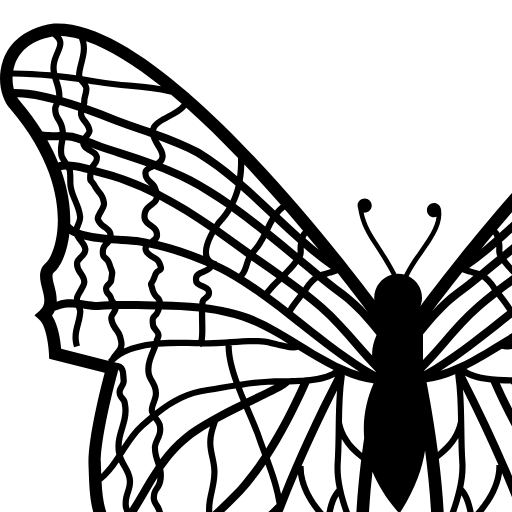
<?xml version="1.0" encoding="iso-8859-1"?>
<!-- Uploaded to: SVG Repo, www.svgrepo.com, Generator: SVG Repo Mixer Tools -->
<!DOCTYPE svg PUBLIC "-//W3C//DTD SVG 1.1//EN" "http://www.w3.org/Graphics/SVG/1.1/DTD/svg11.dtd">
<svg fill="#000000" version="1.1" id="Capa_1" xmlns="http://www.w3.org/2000/svg" xmlns:xlink="http://www.w3.org/1999/xlink"
	 width="800px" height="800px" viewBox="0 0 32 32" xml:space="preserve">
<g>
	<path d="M31.878,2.375c-0.163-0.464-0.643-1.271-2.031-1.469c-1.526-0.085-3.46,1.114-5.38,2.778
		c-0.011,0.004-0.022,0.007-0.033,0.011l0.005,0.015c-3.306,2.872-6.562,7.109-7.623,8.535c0.04-0.104,0.065-0.218,0.065-0.337
		c0-0.377-0.219-0.7-0.536-0.856c0.142-0.303,0.358-0.611,0.572-0.914c0.4-0.569,0.809-1.156,0.726-1.717
		c0-0.005,0.003-0.01,0.003-0.015c0-0.018-0.007-0.032-0.01-0.048c-0.001-0.001,0-0.002-0.001-0.003l0,0
		C17.609,8.222,17.5,8.121,17.36,8.121c-0.155,0-0.283,0.127-0.283,0.284c0,0.157,0.128,0.284,0.283,0.284
		c0.035,0,0.069-0.009,0.102-0.021c-0.044,0.425-0.36,0.881-0.698,1.359c-0.221,0.314-0.446,0.635-0.596,0.957
		c-0.078-0.021-0.158-0.035-0.244-0.035c-0.021,0-0.041,0.005-0.061,0.006c-0.273-0.51-0.508-0.873-0.705-1.179
		c-0.305-0.471-0.506-0.784-0.614-1.279c0.015,0.002,0.026,0.008,0.042,0.008c0.156,0,0.284-0.127,0.284-0.284
		c0-0.156-0.128-0.284-0.284-0.284c-0.156,0-0.284,0.128-0.284,0.284c0,0.037,0.009,0.072,0.021,0.104
		c0.103,0.657,0.334,1.02,0.679,1.553c0.188,0.291,0.411,0.636,0.667,1.11c-0.402,0.112-0.701,0.479-0.701,0.918
		c0,0.033,0.008,0.065,0.011,0.098c-1.233-1.639-4.302-5.552-7.415-8.257l0.006-0.014C7.557,3.729,7.544,3.727,7.535,3.722
		c-1.92-1.664-3.854-2.863-5.381-2.778C0.764,1.144,0.287,1.95,0.123,2.414c-0.271,0.771-0.056,1.575,0.284,1.94
		C2.226,6.488,2.374,8.28,2.298,9.158C2.23,9.949,1.962,10.411,1.841,10.51c-0.348,0.291-0.238,0.706-0.152,1.04
		c0.104,0.395,0.153,0.648-0.103,0.875l-0.208,0.186l0.207,0.187c0.255,0.229,0.362,1.015,0.375,1.359l0.006,0.188l2.221,0.564
		C4.002,15.61,3.503,17.61,3.54,18.6l0.006,0.161c0.037,1.096,0.069,2.042,0.768,2.783c0.402,0.429,0.386,1.124,0.371,1.683
		c-0.006,0.252-0.012,0.47,0.021,0.644l0.551,2.861c0.009,0.025,0.899,2.557-0.013,3.886l-0.045,0.063v0.077
		c0,0.233,0.164,0.341,0.314,0.341c0.159,0,0.322-0.107,0.594-0.286c0.381-0.252,0.957-0.632,1.504-0.632
		c0.129,0,0.252,0.021,0.367,0.062l0.057,0.021l0.061-0.008c0.369-0.047,0.53-0.141,0.66-0.214c0.107-0.062,0.166-0.096,0.371-0.096
		c0.277,0,0.741,0.07,1.461,0.223l0.16,0.033l0.094-0.133c0.098-0.137,0.336-0.165,0.52-0.165c0.504,0,1.098,0.211,1.104,0.213
		l0.311,0.111l0.022-0.328c0.001-0.013,0.035-0.462,0.161-1.122l0.018-0.015c-0.004-0.004-0.009-0.008-0.012-0.013
		c0.232-1.206,0.77-3.098,1.965-4.344l0.1-0.104l-0.041-0.134c-0.387-1.344-0.3-3.426-0.091-5.296
		c0.224,0.54,0.568,1.103,1.078,1.671c0.608-0.917,0.907-1.765,1.026-2.52c0.271,2.051,0.451,4.563,0.008,6.104l-0.039,0.138
		l0.099,0.104c1.196,1.246,1.733,3.138,1.967,4.344c-0.004,0.004-0.009,0.009-0.013,0.013l0.019,0.015
		c0.125,0.66,0.16,1.109,0.16,1.121l0.022,0.329l0.312-0.11c0.006-0.002,0.599-0.215,1.103-0.215c0.185,0,0.423,0.029,0.521,0.166
		l0.094,0.133l0.16-0.033c0.719-0.151,1.184-0.222,1.461-0.222c0.205,0,0.264,0.032,0.37,0.094c0.13,0.075,0.292,0.168,0.661,0.214
		l0.06,0.008l0.057-0.021c0.115-0.042,0.239-0.063,0.368-0.063c0.547,0,1.123,0.38,1.504,0.632c0.271,0.179,0.435,0.286,0.593,0.286
		c0.151-0.001,0.315-0.106,0.315-0.341v-0.077l-0.044-0.063c-0.913-1.33-0.022-3.86-0.013-3.887l0.55-2.859
		c0.033-0.175,0.028-0.393,0.021-0.645c-0.015-0.559-0.03-1.254,0.372-1.683c0.697-0.742,0.73-1.688,0.769-2.784l0.006-0.16
		c0.035-0.99-0.465-2.99-0.648-3.69l2.221-0.565l0.007-0.188c0.012-0.345,0.119-1.131,0.375-1.359l0.207-0.188l-0.209-0.185
		c-0.257-0.227-0.207-0.48-0.104-0.876c0.088-0.333,0.197-0.749-0.15-1.039c-0.12-0.1-0.391-0.562-0.456-1.354
		c-0.076-0.877,0.07-2.669,1.891-4.805C31.934,3.949,32.148,3.146,31.878,2.375z M12.03,13.678c-0.91-0.563-1.851-1.145-2.897-1.35
		c-0.31-0.072-0.613-0.122-0.914-0.16c0.003-0.024,0.005-0.052,0.009-0.072c0.005-0.019,0.031-0.04,0.075-0.074
		c0.079-0.062,0.212-0.165,0.175-0.386c-0.037-0.182-0.204-0.253-0.339-0.31c-0.063-0.026-0.141-0.06-0.166-0.091
		c-0.032-0.145,0.015-0.17,0.196-0.244c0.112-0.046,0.254-0.105,0.36-0.229c0.169,0.079,0.335,0.161,0.495,0.247
		c1.066,0.595,2.033,1.361,2.967,2.103c0.76,0.603,1.541,1.221,2.386,1.757C13.555,14.616,12.782,14.143,12.03,13.678z
		 M13.667,17.562c0.173,0.304,0.432,0.582,0.779,0.841c-0.106,0.873-0.191,1.813-0.218,2.722c-0.007-0.021-0.015-0.039-0.021-0.06
		c-0.301-0.812-0.611-1.653-0.58-2.469C13.651,18.262,13.662,17.912,13.667,17.562z M13.469,19.537
		c-0.252,0.273-0.361,0.646-0.426,1.044c-0.342-0.367-0.917-1.11-0.896-1.938l-0.085-0.002c0.427-0.983,0.899-1.987,1.419-3.018
		c-0.039,0.501-0.047,1.021-0.055,1.529c-0.006,0.477-0.013,0.968-0.045,1.431C13.368,18.902,13.403,19.22,13.469,19.537z
		 M8.225,26.61c0.002,0.031,0.004,0.062,0.004,0.091c-0.083-0.075-0.165-0.143-0.243-0.203c-0.135-0.106-0.254-0.201-0.349-0.333
		c0.198-0.22,0.394-0.446,0.583-0.682C8.187,25.821,8.205,26.218,8.225,26.61z M7.514,25.928c-0.031-0.084-0.057-0.181-0.073-0.296
		c-0.017-0.097-0.002-0.216,0.011-0.333c0.02-0.167,0.039-0.34-0.019-0.483c-0.014-0.042-0.031-0.08-0.05-0.118
		c0.413-0.346,0.835-0.702,1.225-1.073c0.465-0.419,0.816-0.693,1.188-0.982c0.001-0.002,0.003-0.003,0.005-0.004
		c-0.033,0.04-0.063,0.078-0.09,0.113c-0.383,0.553-0.683,1.065-1.008,1.635C8.357,24.937,7.941,25.45,7.514,25.928z M9.643,22.444
		c-0.375,0.293-0.73,0.569-1.205,0.996c-0.377,0.362-0.787,0.708-1.188,1.045c-0.04-0.055-0.081-0.105-0.124-0.157
		c-0.118-0.145-0.23-0.279-0.268-0.447c-0.043-0.133-0.037-0.321-0.031-0.504c0.006-0.15,0.011-0.307-0.008-0.441l-0.021-0.104
		c-0.021-0.109-0.039-0.193-0.059-0.271c0.037-0.037,0.074-0.074,0.111-0.111v0.003c1.515-0.388,2.852-0.73,4.033-1.77
		c-0.052,0.137-0.104,0.274-0.152,0.411c-0.061,0.037-0.07,0.105-0.067,0.185c-0.001,0.002-0.001,0.004-0.002,0.006l-0.022-0.011
		v0.07c-0.037,0.105-0.076,0.214-0.113,0.318c-0.029,0.051-0.061,0.102-0.096,0.152C10.137,22.057,9.884,22.255,9.643,22.444z
		 M6.095,23.675c-0.053-0.092-0.108-0.171-0.165-0.241c0.191-0.229,0.393-0.45,0.602-0.666c0.006,0.033,0.014,0.069,0.021,0.109
		l0.02,0.099c0.016,0.107,0.01,0.251,0.006,0.391c-0.008,0.205-0.016,0.416,0.039,0.579c0.047,0.214,0.184,0.38,0.316,0.54
		c0.043,0.055,0.086,0.105,0.124,0.159c-0.278,0.232-0.56,0.471-0.836,0.715c-0.032-0.078-0.056-0.165-0.067-0.264
		c-0.014-0.178,0.02-0.334,0.053-0.484C6.268,24.339,6.329,24.056,6.095,23.675z M5.569,21.305
		c-0.021-0.203-0.119-0.391-0.213-0.572c-0.006-0.013-0.012-0.024-0.02-0.038c0.203-0.304,0.385-0.611,0.561-0.915
		c0.133-0.227,0.263-0.447,0.398-0.665c-0.004,0.037-0.006,0.073-0.015,0.113c-0.028,0.114-0.068,0.175-0.11,0.238
		c-0.07,0.104-0.142,0.215-0.142,0.496c0.021,0.142,0.077,0.232,0.132,0.32c0.074,0.122,0.139,0.228,0.117,0.412
		c-0.027,0.254-0.095,0.389-0.154,0.506c-0.123,0.245-0.178,0.41,0.129,0.94c0.078,0.116,0.129,0.2,0.166,0.275
		c-0.244,0.248-0.481,0.505-0.707,0.771c-0.214-0.229-0.354-0.391-0.307-0.847c0.015-0.131,0.053-0.25,0.09-0.364
		C5.562,21.776,5.628,21.569,5.569,21.305z M5.082,18.571c-0.066-0.118-0.127-0.229-0.162-0.337c0.023-0.035,0.047-0.07,0.069-0.105
		c0.236-0.366,0.481-0.745,0.791-1.021c0.118-0.104,0.233-0.205,0.349-0.3c0.004,0.005,0.007,0.01,0.01,0.014
		c0.076,0.101,0.141,0.187,0.141,0.277c0.021,0.177-0.031,0.292-0.092,0.425c-0.045,0.099-0.096,0.21-0.115,0.346
		c-0.001,0.273,0.068,0.479,0.129,0.661c0.012,0.032,0.021,0.063,0.031,0.096c-0.223,0.326-0.42,0.661-0.613,0.992
		c-0.139,0.238-0.282,0.48-0.435,0.722c-0.011-0.036-0.021-0.071-0.028-0.109c-0.02-0.215,0.027-0.36,0.078-0.515
		c0.045-0.133,0.09-0.271,0.09-0.457C5.324,19.005,5.201,18.784,5.082,18.571z M5.116,16.127c-0.005-0.113-0.069-0.195-0.121-0.263
		c-0.054-0.069-0.087-0.115-0.087-0.179c0-0.05,0.031-0.104,0.067-0.167c0.046-0.081,0.099-0.174,0.099-0.29
		c-0.007-0.066-0.01-0.117-0.014-0.166c-0.011-0.174-0.021-0.354-0.16-0.465c-0.063-0.051-0.145-0.076-0.246-0.083l-0.08-0.021
		c0.352-0.351,0.891-0.519,1.477-0.595c-0.012,0.03-0.023,0.062-0.035,0.091c-0.129,0.317-0.25,0.618-0.191,0.969
		c0.021,0.126,0.082,0.237,0.143,0.345c0.074,0.136,0.146,0.264,0.146,0.424c0,0.104-0.037,0.204-0.076,0.311
		c-0.045,0.123-0.09,0.249-0.09,0.396c0.01,0.061,0.027,0.112,0.05,0.16c-0.126,0.104-0.253,0.213-0.382,0.328
		c-0.298,0.265-0.529,0.604-0.75,0.94c0.001-0.239,0.066-0.462,0.137-0.692C5.099,16.847,5.199,16.516,5.116,16.127z M4.562,10.714
		c-0.018-0.05-0.043-0.12-0.076-0.217c-0.064-0.152-0.135-0.215-0.188-0.262c-0.055-0.048-0.073-0.064-0.055-0.225
		c0.012-0.079,0.059-0.128,0.121-0.19C4.39,9.794,4.417,9.766,4.442,9.733c0.145,0.01,0.287,0.019,0.424,0.026
		c0.298,0.018,0.555,0.033,0.718,0.063C5.628,9.832,5.673,9.841,5.717,9.85C5.705,9.881,5.696,9.917,5.696,9.956
		c0.033,0.24,0.216,0.349,0.361,0.436c0.082,0.049,0.168,0.1,0.188,0.15c0.04,0.088,0.058,0.136,0.065,0.163
		c-0.077,0.041-0.172,0.107-0.233,0.291c-0.061,0.183-0.101,0.23-0.117,0.251c-0.064,0.08-0.047,0.138-0.02,0.226
		c0.012,0.038,0.029,0.093,0.051,0.178c0.061,0.181,0.145,0.267,0.207,0.329c0.027,0.028,0.048,0.05,0.061,0.077
		c-0.025-0.001-0.051-0.002-0.077-0.002c-0.241-0.005-0.483-0.01-0.729-0.019c-0.276,0.001-0.544,0.001-0.807,0.007
		c-0.009-0.012-0.017-0.023-0.024-0.034c-0.018-0.023-0.043-0.06-0.049-0.072c-0.026-0.117-0.082-0.183-0.126-0.235
		c-0.054-0.063-0.079-0.098-0.079-0.167c0.004-0.015,0.043-0.055,0.067-0.078c0.062-0.063,0.14-0.141,0.14-0.254
		c0.01-0.088,0.02-0.147,0.027-0.188C4.623,10.891,4.617,10.869,4.562,10.714z M4.257,11.86c0.032,0.039,0.059,0.07,0.07,0.109
		c0.004,0.028,0.016,0.055,0.029,0.081c-0.154,0.006-0.307,0.015-0.459,0.026c-0.133,0-0.303-0.023-0.482-0.049
		c-0.069-0.01-0.141-0.02-0.213-0.028C3.2,11.977,3.2,11.952,3.205,11.926c0.011-0.044,0.067-0.139,0.117-0.221
		c0.09-0.151,0.175-0.294,0.175-0.422c0-0.179-0.085-0.305-0.159-0.417c-0.07-0.105-0.132-0.196-0.132-0.33
		c0-0.04,0.041-0.083,0.108-0.15c0.095-0.093,0.225-0.221,0.225-0.431C3.514,9.797,3.433,9.683,3.354,9.583
		c0.239,0.06,0.505,0.099,0.775,0.125C4.069,9.772,4.014,9.856,3.996,9.979c-0.029,0.273,0.038,0.356,0.137,0.444
		c0.043,0.038,0.083,0.073,0.121,0.163c0.03,0.092,0.056,0.162,0.074,0.214c0.039,0.11,0.039,0.11,0.029,0.172
		c-0.008,0.045-0.019,0.109-0.029,0.218c-0.004,0.027-0.045,0.066-0.068,0.09c-0.063,0.063-0.141,0.141-0.141,0.255
		C4.119,11.697,4.199,11.792,4.257,11.86z M3.127,7.985C3.057,7.816,2.99,7.656,2.955,7.48C2.937,7.388,2.937,7.281,2.937,7.168
		c0-0.12-0.001-0.243-0.021-0.371c0.193,0.026,0.393,0.076,0.578,0.127c-0.021,0.26-0.02,0.322,0.076,0.419
		C3.601,7.375,3.646,7.42,3.716,7.562C3.763,7.638,3.808,7.694,3.852,7.75c0.09,0.11,0.161,0.198,0.185,0.395
		c0,0.061-0.063,0.171-0.119,0.268C3.852,8.528,3.787,8.639,3.787,8.751l0.006,0.034C3.848,8.979,4,9.094,4.123,9.188
		c0.08,0.061,0.155,0.118,0.166,0.169c0.003,0.016,0.002,0.026,0.004,0.039C3.895,9.361,3.479,9.304,3.182,9.192
		c0.011-0.041,0.029-0.085,0.05-0.136C3.277,8.947,3.33,8.823,3.33,8.668C3.306,8.409,3.214,8.194,3.127,7.985z M2.442,6.799
		C2.505,6.785,2.57,6.778,2.64,6.778c0.01,0.019,0.023,0.037,0.03,0.055c0.018,0.11,0.018,0.225,0.018,0.335
		c0,0.126,0,0.245,0.023,0.361c0.039,0.2,0.115,0.379,0.188,0.552c0.083,0.201,0.163,0.39,0.183,0.598
		c0,0.093-0.039,0.184-0.079,0.28C2.985,9,2.97,9.041,2.955,9.083c-0.061-0.04-0.11-0.084-0.146-0.134
		C2.824,8.42,2.758,7.682,2.442,6.799z M2.371,3.208c-0.004-0.01-0.006-0.02-0.01-0.029c0.256,0.028,0.519,0.063,0.789,0.102
		c0.023,0.033,0.049,0.063,0.072,0.091c0.053,0.06,0.099,0.111,0.111,0.171c-0.004,0.09-0.022,0.163-0.043,0.24
		c-0.02,0.078-0.042,0.16-0.042,0.275c0,0.024-0.005,0.043-0.011,0.062c-0.245-0.083-0.493-0.16-0.741-0.232
		C2.498,3.877,2.5,3.864,2.5,3.851C2.5,3.595,2.432,3.389,2.371,3.208z M2.393,4.196c0.245,0.07,0.49,0.147,0.732,0.229
		c-0.008,0.054-0.012,0.114,0,0.19c0.025,0.128,0.098,0.221,0.168,0.31c0.074,0.095,0.145,0.186,0.164,0.313
		c-0.002,0.016-0.059,0.086-0.1,0.137C3.341,5.394,3.326,5.414,3.312,5.433C3.18,5.389,3.048,5.346,2.913,5.313
		C2.828,5.296,2.733,5.289,2.636,5.285C2.63,5.191,2.615,5.09,2.577,4.975C2.542,4.87,2.494,4.792,2.453,4.721
		C2.387,4.611,2.333,4.524,2.333,4.35C2.333,4.32,2.367,4.251,2.393,4.196z M8.564,10.42c-0.107-0.041-0.169-0.11-0.192-0.217
		C8.326,9.987,8.44,9.665,8.602,9.373c0.429,0.3,0.844,0.604,1.246,0.898c-0.041,0.093-0.07,0.183-0.096,0.27
		c-0.046,0.152-0.089,0.297-0.196,0.405c-0.124-0.074-0.247-0.148-0.374-0.218c-0.164-0.088-0.333-0.172-0.506-0.253l0.005-0.012
		L8.564,10.42z M7.735,11.313l0.01,0.026c0.058,0.116,0.185,0.17,0.297,0.217c0.084,0.036,0.181,0.076,0.19,0.125
		c0.011,0.067-0.009,0.086-0.083,0.145c-0.059,0.045-0.138,0.106-0.165,0.217c-0.006,0.028-0.009,0.063-0.013,0.097
		c-0.484-0.05-0.966-0.067-1.456-0.079c-0.014-0.114-0.069-0.184-0.14-0.256c-0.055-0.056-0.105-0.108-0.146-0.228
		c-0.022-0.082-0.04-0.14-0.052-0.179c-0.003-0.008-0.005-0.014-0.006-0.02c0.033-0.046,0.08-0.125,0.141-0.305
		c0.037-0.111,0.077-0.132,0.12-0.153c0.194-0.1,0.143-0.254,0.041-0.478c-0.05-0.124-0.171-0.197-0.289-0.267
		c-0.139-0.083-0.226-0.14-0.24-0.238C5.945,9.926,5.957,9.915,5.97,9.9c0.794,0.171,1.587,0.429,2.317,0.752
		c-0.06,0.047-0.135,0.078-0.212,0.109C7.893,10.837,7.643,10.938,7.735,11.313z M8.268,20.695c-0.141,0.128-0.28,0.254-0.42,0.38
		c-0.416,0.376-0.838,0.76-1.243,1.159c-0.036-0.063-0.081-0.137-0.139-0.224c-0.251-0.434-0.208-0.517-0.118-0.697
		c0.063-0.123,0.146-0.292,0.18-0.59c0.03-0.271-0.071-0.437-0.152-0.569c-0.046-0.073-0.086-0.139-0.098-0.212
		c0.002-0.186,0.044-0.25,0.103-0.338c0.047-0.071,0.104-0.16,0.146-0.318c0.045-0.198,0.035-0.366,0.003-0.521
		c0.28-0.405,0.597-0.786,1.016-1.126c0.231-0.191,0.527-0.384,0.853-0.574c-0.063,0.203-0.111,0.407-0.111,0.643
		c0,0.211,0.044,0.411,0.086,0.606c0.041,0.19,0.08,0.371,0.08,0.556c0,0.267-0.054,0.517-0.105,0.759
		C8.271,19.961,8.199,20.307,8.268,20.695z M7.337,17.387c-0.369,0.301-0.666,0.635-0.926,0.982c-0.05-0.15-0.092-0.302-0.092-0.484
		c0.014-0.083,0.053-0.169,0.094-0.261c0.066-0.146,0.143-0.312,0.113-0.543c0.001-0.159-0.1-0.293-0.189-0.411
		c-0.005-0.007-0.01-0.014-0.014-0.021c0.632-0.496,1.254-0.834,2.004-0.925c0.186-0.028,0.367-0.06,0.551-0.09
		c0.182-0.03,0.364-0.061,0.548-0.09c0.064,0.17,0.134,0.339,0.203,0.506C8.804,16.456,7.901,16.921,7.337,17.387z M6.184,15.182
		C6.132,15.088,6.083,15,6.07,14.917c-0.047-0.282,0.057-0.538,0.177-0.835c0.028-0.069,0.056-0.142,0.083-0.214
		c0.504-0.041,1.023-0.03,1.477-0.02c0.07,0.002,0.137,0.003,0.203,0.005l0.018,0.036c0.021-0.008,0.038-0.021,0.055-0.034
		c0.08,0.001,0.158,0.002,0.232,0.002c0.232,0,0.471-0.015,0.706-0.031c0.002,0.455,0.136,0.965,0.319,1.48
		c-0.168,0.026-0.336,0.055-0.502,0.082c-0.184,0.031-0.364,0.062-0.543,0.09c-0.79,0.095-1.44,0.441-2.096,0.951
		c-0.001-0.006-0.004-0.012-0.005-0.019c0.001-0.082,0.038-0.183,0.077-0.289c0.045-0.123,0.091-0.25,0.091-0.396
		C6.361,15.502,6.268,15.333,6.184,15.182z M6.33,13.125c-0.057-0.069-0.092-0.116-0.092-0.181c-0.018-0.17-0.004-0.182,0.029-0.212
		c0.07-0.062,0.145-0.144,0.205-0.349c0.501,0.012,0.991,0.028,1.484,0.079c0,0.116,0.002,0.238,0.004,0.365
		c0.006,0.24,0.014,0.614-0.021,0.775c-0.042-0.001-0.083-0.002-0.128-0.003c-0.429-0.01-0.918-0.021-1.4,0.012
		c0.002-0.004,0.002-0.009,0.004-0.013C6.53,13.369,6.414,13.225,6.33,13.125z M8.615,18.259c-0.041-0.19-0.08-0.371-0.08-0.556
		c0-0.277,0.078-0.512,0.17-0.781l0.014-0.04c0.338-0.185,0.692-0.364,1.037-0.532c0.029,0.066,0.058,0.133,0.086,0.197
		c0.13,0.303,0.254,0.588,0.349,0.843c0.087,0.262,0.188,0.531,0.289,0.803c0.001,0.004,0.003,0.007,0.005,0.011
		c-0.33,0.503-0.664,0.939-1.004,1.317c-0.313,0.331-0.648,0.651-0.988,0.966c-0.018-0.275,0.037-0.537,0.097-0.81
		c0.055-0.255,0.112-0.519,0.112-0.811C8.701,18.657,8.657,18.456,8.615,18.259z M9.68,15.507c0.354-0.052,0.707-0.095,1.049-0.113
		c0.078-0.004,0.164-0.007,0.254-0.008c-0.239,0.127-0.565,0.284-0.871,0.432c-0.083,0.04-0.17,0.082-0.257,0.124
		C9.794,15.798,9.734,15.653,9.68,15.507z M10.425,17.306c-0.1-0.264-0.225-0.552-0.355-0.857c-0.029-0.068-0.06-0.139-0.09-0.208
		c0.092-0.044,0.184-0.089,0.271-0.131c0.803-0.387,1.184-0.574,1.32-0.73c0.143-0.003,0.287-0.007,0.434-0.015
		c-0.449,0.991-0.898,1.845-1.355,2.573C10.571,17.726,10.494,17.515,10.425,17.306z M12.375,15.337
		c0.385-0.039,0.748-0.115,1.026-0.271c-0.833,1.622-1.552,3.181-2.158,4.69c-0.106-0.484-0.274-0.963-0.449-1.435
		C11.327,17.504,11.846,16.523,12.375,15.337z M11.271,15.133c-0.204,0.002-0.394,0.004-0.556,0.012
		c-0.37,0.02-0.747,0.067-1.125,0.124c-0.185-0.513-0.321-1.017-0.321-1.453H9.18c0.021-0.001,0.043-0.002,0.064-0.004
		c0.406-0.03,0.825-0.061,1.222-0.037c0.118,0,0.325,0.054,0.526,0.105c0.352,0.092,0.71,0.182,0.934,0.113
		c0.462,0.285,0.932,0.571,1.418,0.811C12.869,15.116,11.957,15.128,11.271,15.133z M11.055,13.639
		c-0.236-0.061-0.438-0.113-0.582-0.113c-0.404-0.023-0.832,0.007-1.246,0.037c-0.303,0.022-0.615,0.046-0.912,0.046
		c-0.039,0-0.082-0.001-0.123-0.002c0.029-0.178,0.027-0.436,0.02-0.785c-0.002-0.112-0.004-0.224-0.005-0.329
		c0.284,0.037,0.569,0.085,0.86,0.152c0.869,0.171,1.678,0.625,2.459,1.102C11.354,13.717,11.167,13.669,11.055,13.639z
		 M4.046,7.591C4.008,7.546,3.971,7.5,3.936,7.441C3.853,7.273,3.787,7.208,3.748,7.168c-0.015-0.028-0.014-0.103-0.01-0.177
		C3.798,7.009,3.86,7.026,3.914,7.04c0.783,0.188,1.527,0.483,2.238,0.84c-0.015,0.094-0.08,0.146-0.17,0.212
		C5.845,8.193,5.655,8.333,5.655,8.668c0,0.229,0.166,0.353,0.299,0.452c0.124,0.093,0.199,0.155,0.199,0.254
		c0.011,0.08-0.044,0.127-0.157,0.201c-0.118-0.024-0.236-0.05-0.354-0.07C5.46,9.471,5.195,9.456,4.887,9.438
		c-0.107-0.006-0.222-0.013-0.34-0.021C4.544,9.38,4.541,9.344,4.532,9.304c-0.028-0.14-0.145-0.229-0.259-0.315
		c-0.101-0.076-0.197-0.15-0.234-0.253c0.008-0.049,0.057-0.133,0.096-0.201c0.07-0.124,0.151-0.265,0.151-0.407
		C4.251,7.845,4.143,7.711,4.046,7.591z M5.946,7.396c0.016,0.015,0.03,0.029,0.044,0.044C5.354,7.142,4.688,6.893,3.992,6.725
		c-0.047-0.011-0.097-0.025-0.149-0.04c0.001,0,0.001,0,0.001-0.001c0.08-0.104,0.18-0.232,0.15-0.442
		C3.936,6.059,3.794,5.979,3.67,5.91C3.66,5.903,3.649,5.898,3.64,5.892c0.032,0.013,0.063,0.023,0.097,0.035
		c0.176,0.067,0.355,0.134,0.539,0.195c0.17,0.057,0.338,0.111,0.508,0.167c0.365,0.12,0.724,0.237,1.074,0.362
		C5.778,6.707,5.717,6.77,5.7,6.857C5.665,7.138,5.828,7.289,5.946,7.396z M5.944,6.897c0.01-0.028,0.136-0.094,0.219-0.136
		c0.469,0.175,0.925,0.365,1.369,0.597c0.522,0.275,1.031,0.598,1.529,0.946C8.983,8.429,8.898,8.552,8.799,8.671
		C8.729,8.74,8.648,8.839,8.567,8.956c-0.694-0.478-1.426-0.938-2.197-1.33c-0.016-0.052-0.035-0.108-0.06-0.168
		C6.27,7.354,6.19,7.283,6.115,7.213C5.996,7.104,5.929,7.035,5.944,6.897z M3.751,6.298c0.01,0.078-0.031,0.138-0.105,0.232
		c-0.02,0.025-0.039,0.053-0.059,0.082C3.319,6.541,3.021,6.469,2.735,6.458C2.729,6.451,2.727,6.444,2.723,6.438
		C2.66,6.346,2.596,6.253,2.58,6.188C2.547,5.994,2.574,5.846,2.604,5.689c0.005-0.026,0.009-0.054,0.014-0.081
		c0.083,0.003,0.161,0.008,0.224,0.021C2.966,5.66,3.087,5.699,3.208,5.74c0.001,0.003,0,0.006,0.001,0.01
		c0.028,0.203,0.2,0.3,0.339,0.378C3.646,6.182,3.729,6.229,3.751,6.298z M8.128,10.233c-0.586-0.24-1.201-0.439-1.822-0.588
		c0.067-0.072,0.113-0.164,0.095-0.289c0.002-0.211-0.164-0.336-0.297-0.435c-0.125-0.093-0.2-0.154-0.2-0.253
		c0-0.21,0.1-0.283,0.226-0.376c0.111-0.083,0.209-0.169,0.252-0.297C7.085,8.364,7.755,8.791,8.396,9.23
		C8.213,9.559,8.075,9.94,8.128,10.233z M9.99,10.61c0.02-0.068,0.041-0.132,0.066-0.194l0.22,0.152
		c0.261,0.18,0.522,0.363,0.785,0.55c-0.164,0.157-0.327,0.324-0.474,0.513c-0.268-0.191-0.541-0.377-0.82-0.554
		C9.891,10.935,9.942,10.771,9.99,10.61z M11.268,11.266c0.223,0.159,0.444,0.323,0.664,0.491c-0.008,0.009-0.014,0.017-0.02,0.025
		c-0.146,0.186-0.294,0.376-0.396,0.543c-0.238-0.186-0.48-0.369-0.726-0.549C10.934,11.591,11.096,11.429,11.268,11.266z
		 M11.504,11.036c0.147-0.145,0.292-0.3,0.421-0.474c0.195,0.161,0.393,0.323,0.59,0.484c-0.086,0.068-0.174,0.157-0.272,0.285
		c-0.032,0.052-0.072,0.108-0.116,0.167C11.921,11.341,11.713,11.187,11.504,11.036z M11.902,9.988
		c0.003,0.049,0.003,0.091-0.004,0.132c-0.012-0.01-0.024-0.021-0.036-0.03c-0.348-0.288-0.699-0.58-1.055-0.867
		c0.004-0.011,0.01-0.021,0.016-0.032c0.055-0.117,0.106-0.228,0.169-0.335c0.304,0.286,0.612,0.574,0.93,0.854
		C11.896,9.823,11.899,9.916,11.902,9.988z M11.655,10.339c0.026,0.021,0.053,0.043,0.078,0.065
		c-0.133,0.179-0.28,0.334-0.436,0.485c-0.28-0.199-0.561-0.396-0.838-0.588l-0.225-0.155c0.01-0.013,0.02-0.024,0.029-0.036
		c0.099-0.116,0.2-0.236,0.277-0.391c0.045-0.068,0.08-0.135,0.115-0.201C10.995,9.791,11.327,10.065,11.655,10.339z M10.326,9.596
		c-0.07,0.139-0.162,0.248-0.25,0.353c-0.016,0.018-0.03,0.036-0.045,0.054C9.625,9.706,9.206,9.398,8.772,9.096
		c0.07-0.101,0.143-0.19,0.21-0.258c0.108-0.128,0.2-0.258,0.282-0.39c0.404,0.291,0.803,0.598,1.195,0.912
		C10.421,9.438,10.378,9.517,10.326,9.596z M9.216,8.019c-0.498-0.347-1.008-0.67-1.533-0.947C7.303,6.874,6.905,6.706,6.505,6.549
		c0.053-0.052,0.092-0.113,0.104-0.188c0.07-0.207-0.059-0.42-0.184-0.627C6.397,5.689,6.37,5.643,6.345,5.596
		c0.515,0.189,1.021,0.393,1.478,0.639c0.561,0.337,1.09,0.744,1.6,1.181C9.373,7.631,9.305,7.832,9.216,8.019z M6.369,6.302
		C6.358,6.354,6.3,6.4,6.231,6.442C5.783,6.277,5.33,6.128,4.883,5.981c-0.169-0.055-0.337-0.11-0.505-0.166
		C4.196,5.755,4.022,5.689,3.85,5.625C3.754,5.589,3.659,5.554,3.561,5.52c0.07-0.086,0.145-0.182,0.145-0.297
		c-0.03-0.213-0.134-0.344-0.218-0.451C3.432,4.699,3.382,4.637,3.37,4.573C3.367,4.549,3.366,4.529,3.366,4.508
		c0.405,0.143,0.804,0.296,1.193,0.449C4.897,5.087,5.254,5.212,5.6,5.332C5.741,5.38,5.88,5.432,6.022,5.48
		c0.042,0.14,0.12,0.27,0.19,0.385C6.312,6.03,6.408,6.186,6.369,6.302z M4.644,12.594c0.042-0.064,0.091-0.141,0.103-0.23
		c0.23-0.004,0.463-0.005,0.703-0.005c0.24,0.008,0.484,0.013,0.727,0.018c0.012,0.001,0.024,0.001,0.037,0.001
		c-0.039,0.103-0.076,0.139-0.109,0.168c-0.1,0.088-0.139,0.168-0.114,0.411c-0.001,0.146,0.087,0.251,0.149,0.327
		c0.059,0.07,0.086,0.111,0.066,0.174L6.2,13.458c-0.004,0.017-0.01,0.031-0.015,0.048c-0.012,0.021-0.024,0.042-0.046,0.069
		L6.16,13.59c-0.005,0.016-0.009,0.03-0.014,0.046c-0.427,0.046-0.838,0.137-1.19,0.301c0.035-0.104,0.043-0.229-0.01-0.404
		c-0.02-0.171-0.113-0.305-0.195-0.423c-0.08-0.115-0.156-0.224-0.174-0.386C4.576,12.698,4.608,12.647,4.644,12.594z M7.184,24.865
		c0.004,0.014,0.011,0.023,0.015,0.036c0.037,0.093,0.021,0.234,0.005,0.37c-0.016,0.134-0.031,0.271-0.01,0.4
		c0.028,0.188,0.077,0.336,0.136,0.46c-0.074,0.082-0.15,0.163-0.226,0.243c-0.119-0.186-0.272-0.325-0.423-0.459
		c-0.121-0.107-0.237-0.213-0.331-0.335C6.625,25.336,6.903,25.098,7.184,24.865z M7.21,22.099c0.282-0.266,0.569-0.526,0.854-0.784
		c0.557-0.503,1.132-1.022,1.653-1.574c0.311-0.344,0.609-0.731,0.903-1.163c0.19,0.523,0.366,1.057,0.443,1.584
		C9.951,21.317,8.716,21.708,7.21,22.099z M11.332,20.41l0.013-0.001c-0.001-0.008-0.003-0.017-0.003-0.023
		c0.182-0.467,0.374-0.938,0.576-1.414c0.121,0.871,0.76,1.601,1.055,1.896l0.034-0.033c-0.011,0.084-0.021,0.169-0.03,0.253
		c-0.033,0.29-0.064,0.563-0.131,0.794c-0.207,0.688-0.299,1.333-0.396,2.018c-0.021,0.148-0.042,0.298-0.064,0.449
		c-0.063,0.37-0.102,0.72-0.125,1.059c-0.021-0.001-0.046-0.009-0.077-0.027c-0.573-0.354-1.224-2.994-1.288-3.789
		C11.033,21.198,11.179,20.805,11.332,20.41z M12.192,12.859c-0.159-0.126-0.32-0.253-0.48-0.38
		c0.094-0.158,0.251-0.359,0.395-0.544c0.008-0.01,0.016-0.019,0.022-0.028c0.205,0.16,0.407,0.325,0.604,0.496
		c0.504,0.431,0.963,0.961,1.406,1.474c0.285,0.329,0.582,0.666,0.891,0.983c-0.002,0.008-0.003,0.016-0.005,0.023
		C14.012,14.299,13.087,13.569,12.192,12.859z M14.887,14.224c-0.17-0.187-0.339-0.372-0.502-0.56
		c-0.451-0.521-0.918-1.06-1.439-1.507c-0.203-0.175-0.41-0.344-0.619-0.508c0.046-0.063,0.088-0.122,0.121-0.175
		c0.1-0.129,0.184-0.211,0.267-0.268c0.3,0.241,0.601,0.479,0.901,0.704c0.566,0.426,1.018,0.957,1.446,1.487
		C14.937,13.675,14.869,13.964,14.887,14.224z M14.714,12.487c-0.273-0.298-0.568-0.582-0.906-0.835
		c-0.249-0.188-0.5-0.384-0.75-0.584c0.014-0.004,0.027-0.007,0.041-0.011c0.112-0.027,0.25-0.063,0.414-0.125
		C14.021,11.574,14.434,12.114,14.714,12.487z M12.28,9.418c0.164,0.196,0.322,0.389,0.477,0.576
		c-0.182-0.146-0.359-0.297-0.535-0.451C12.237,9.48,12.253,9.44,12.28,9.418z M13.233,10.764c-0.068,0.021-0.133,0.037-0.193,0.052
		c-0.077,0.019-0.149,0.037-0.221,0.062c-0.238-0.194-0.477-0.39-0.711-0.585c0.051-0.12,0.047-0.223,0.043-0.316
		c-0.002-0.022-0.001-0.045-0.001-0.066C12.5,10.21,12.859,10.5,13.233,10.764z M11.396,8.379c0.25,0.288,0.492,0.571,0.725,0.849
		c-0.045,0.037-0.077,0.085-0.1,0.137c-0.285-0.256-0.564-0.517-0.84-0.775C11.242,8.518,11.312,8.448,11.396,8.379z M9.772,6.583
		c0.504,0.535,0.994,1.077,1.46,1.609c-0.09,0.074-0.167,0.15-0.233,0.226c-0.419-0.396-0.846-0.796-1.288-1.178
		C9.75,7.017,9.768,6.797,9.772,6.583z M10.803,8.675c0.001,0.002,0.002,0.003,0.004,0.005c-0.076,0.125-0.138,0.253-0.199,0.383
		c-0.389-0.31-0.783-0.612-1.185-0.9c0.091-0.187,0.159-0.375,0.21-0.563C10.03,7.95,10.419,8.315,10.803,8.675z M9.521,6.317
		c0.004,0.264-0.008,0.506-0.036,0.729c-0.477-0.4-0.973-0.774-1.503-1.092C7.44,5.661,6.844,5.429,6.246,5.215
		C6.25,5.193,6.257,5.171,6.268,5.148c0.064-0.128,0.307-0.259,0.541-0.385C7.055,4.63,7.303,4.491,7.454,4.309
		C8.151,4.932,8.848,5.615,9.521,6.317z M7.269,4.145c-0.118,0.148-0.349,0.277-0.58,0.4c-0.28,0.152-0.544,0.295-0.646,0.497
		C6.028,5.072,6.02,5.103,6.012,5.132C5.91,5.097,5.808,5.061,5.706,5.025c-0.343-0.119-0.696-0.242-1.03-0.37
		C4.285,4.501,3.882,4.347,3.474,4.204c0.014-0.042,0.023-0.089,0.023-0.146c0-0.083,0.017-0.143,0.034-0.212
		C3.555,3.761,3.58,3.666,3.58,3.519C3.565,3.444,3.541,3.385,3.511,3.337C3.623,3.354,3.733,3.373,3.85,3.393
		c0.43,0.074,0.882,0.117,1.32,0.159c0.561,0.054,1.137,0.11,1.678,0.233C6.987,3.901,7.128,4.021,7.269,4.145z M3.378,2.54
		c0.071-0.27,0.146-0.565,0.07-0.888c0.923,0.316,1.945,0.965,2.992,1.8C6.028,3.383,5.606,3.343,5.192,3.303
		c-0.433-0.041-0.88-0.084-1.3-0.157c-0.203-0.034-0.397-0.065-0.59-0.095C3.294,3.029,3.289,3.005,3.289,2.979
		C3.3,2.84,3.338,2.694,3.378,2.54z M2.426,2.134c0.112-0.263,0.18-0.464,0.009-0.691c0.23,0.011,0.473,0.05,0.723,0.118
		C3.293,1.879,3.22,2.17,3.139,2.476C3.097,2.634,3.054,2.799,3.041,2.969c0,0.017,0.004,0.029,0.006,0.045
		c-0.26-0.036-0.512-0.067-0.758-0.093c-0.027-0.127-0.035-0.258,0-0.412C2.328,2.365,2.38,2.243,2.426,2.134z M0.594,2.579
		c0.148-0.422,0.532-0.95,1.508-1.121c0.255,0.2,0.211,0.311,0.096,0.579c-0.05,0.115-0.106,0.246-0.15,0.411
		C2.009,2.615,2.009,2.76,2.028,2.894C1.52,2.846,1.026,2.821,0.53,2.815C0.546,2.736,0.565,2.657,0.594,2.579z M0.504,3.064
		C1.026,3.07,1.548,3.097,2.089,3.15c0.015,0.046,0.029,0.092,0.045,0.137C2.19,3.458,2.244,3.623,2.25,3.823
		C2.066,3.775,1.886,3.73,1.703,3.692c-0.38-0.084-0.768-0.128-1.149-0.128C0.515,3.412,0.497,3.241,0.504,3.064z M0.779,4.021
		C0.746,3.985,0.714,3.94,0.686,3.893c0.316,0.009,0.634,0.047,0.949,0.116c0.172,0.037,0.342,0.079,0.513,0.123
		C2.112,4.208,2.084,4.279,2.084,4.35c0,0.245,0.082,0.381,0.155,0.501c0.037,0.063,0.074,0.124,0.1,0.202
		c0.029,0.087,0.041,0.16,0.047,0.231c-0.034,0-0.068,0-0.104,0.001c-0.188,0.003-0.42,0.007-0.589-0.021
		C1.444,4.864,1.144,4.449,0.779,4.021z M1.896,5.608c0.125,0.005,0.258,0.003,0.393,0c0.025,0,0.051,0,0.075-0.001
		C2.361,5.62,2.359,5.632,2.356,5.646C2.328,5.808,2.294,5.992,2.335,6.238c0.02,0.08,0.061,0.156,0.109,0.231
		c-0.041,0.006-0.08,0.017-0.119,0.026C2.21,6.213,2.068,5.917,1.896,5.608z M2.162,10.894c0.246-0.205,0.521-0.758,0.615-1.544
		c0.059,0.039,0.121,0.074,0.191,0.104c0.044,0.095,0.104,0.175,0.162,0.247c0.075,0.093,0.146,0.182,0.161,0.274
		c-0.002,0.078-0.059,0.141-0.152,0.234c-0.085,0.085-0.182,0.18-0.182,0.327c0,0.21,0.096,0.354,0.174,0.47
		c0.065,0.098,0.117,0.175,0.117,0.278c0,0.06-0.081,0.195-0.141,0.294c-0.063,0.107-0.124,0.209-0.146,0.298
		c-0.006,0.036-0.006,0.068-0.006,0.102c-0.219-0.014-0.438-0.004-0.635,0.067c-0.017,0.006-0.033,0.011-0.051,0.017
		c0.008-0.229-0.048-0.449-0.098-0.638C2.085,11.091,2.071,10.968,2.162,10.894z M2.446,13.952c-0.027-0.316-0.111-0.936-0.365-1.33
		c0.033-0.044,0.059-0.089,0.082-0.134c0.01-0.021,0.019-0.04,0.027-0.061c0.029-0.013,0.081-0.028,0.125-0.042
		c0.033-0.011,0.07-0.021,0.11-0.035c0.178-0.064,0.392-0.063,0.613-0.041c0.034,0.082,0.056,0.14,0.044,0.195
		c-0.016,0.157-0.05,0.288-0.088,0.427c-0.075,0.281-0.154,0.572-0.033,0.963L3.2,13.822c-0.1-0.323-0.037-0.556,0.036-0.826
		c0.038-0.143,0.078-0.29,0.093-0.455c0.015-0.069,0.005-0.136-0.014-0.199c0.019,0.003,0.037,0.005,0.055,0.008
		c0.193,0.026,0.374,0.051,0.542,0.051c0.191-0.017,0.383-0.024,0.574-0.031c-0.012,0.024-0.029,0.054-0.052,0.089
		c-0.048,0.073-0.106,0.165-0.106,0.278c0.025,0.238,0.127,0.386,0.217,0.515c0.076,0.108,0.141,0.201,0.157,0.331
		c0.07,0.241,0.019,0.305-0.108,0.459c-0.059,0.07-0.129,0.16-0.197,0.277c-0.027,0.026-0.055,0.052-0.08,0.08l0.047,0.041
		L2.446,13.952z M4.042,18.744l-0.006-0.16c-0.04-1.11,0.689-3.76,0.697-3.786l0.002-0.009c0.002,0.002,0.006,0.002,0.008,0.004
		c0.053,0.043,0.061,0.161,0.068,0.286c0.004,0.055,0.008,0.11,0.014,0.166c0,0.034-0.031,0.089-0.066,0.151
		c-0.047,0.081-0.1,0.174-0.1,0.29c0,0.152,0.08,0.256,0.139,0.331c0.042,0.056,0.068,0.092,0.068,0.125l0.003,0.027
		c0.073,0.33-0.015,0.62-0.107,0.928c-0.101,0.334-0.202,0.68-0.111,1.094c-0.187,0.283-0.375,0.549-0.602,0.764
		C4.046,18.884,4.044,18.816,4.042,18.744z M4.615,21.129c-0.416-0.488-0.512-1.088-0.551-1.858c0.271-0.217,0.49-0.493,0.689-0.785
		c0.034,0.07,0.072,0.141,0.11,0.208c0.104,0.186,0.21,0.376,0.21,0.563c0,0.146-0.035,0.254-0.076,0.38
		c-0.053,0.163-0.113,0.349-0.089,0.628c0.024,0.122,0.062,0.229,0.105,0.33C4.891,20.776,4.759,20.956,4.615,21.129z M5.155,22.355
		c-0.039-0.336-0.133-0.673-0.336-0.966c0.129-0.15,0.246-0.305,0.357-0.461c0.07,0.14,0.131,0.274,0.146,0.418
		c0.047,0.21-0.005,0.37-0.064,0.555c-0.041,0.127-0.084,0.258-0.102,0.414C5.157,22.331,5.158,22.341,5.155,22.355z M5.207,23.843
		l-0.012-0.066c-0.023-0.121-0.019-0.323-0.014-0.537c0.004-0.135,0.006-0.28,0.004-0.433c0.066,0.249,0.209,0.405,0.359,0.565
		c0.003,0.004,0.006,0.007,0.01,0.011C5.434,23.533,5.317,23.686,5.207,23.843z M5.607,25.939l-0.316-1.654l0.002,0.001
		c0.146-0.225,0.308-0.439,0.475-0.65c0.038,0.052,0.075,0.104,0.112,0.168c0.184,0.299,0.139,0.501,0.084,0.756
		c-0.036,0.159-0.076,0.342-0.059,0.562c0.019,0.161,0.064,0.296,0.125,0.414C5.887,25.667,5.746,25.801,5.607,25.939z
		 M5.665,26.234c0.161-0.166,0.329-0.327,0.502-0.485c0.106,0.137,0.23,0.249,0.349,0.354c0.155,0.139,0.303,0.271,0.403,0.443
		c0.003,0.006,0.005,0.011,0.008,0.017c-0.131,0.137-0.261,0.271-0.388,0.402c-0.191,0.197-0.374,0.388-0.549,0.575
		c-0.105-0.499-0.227-0.864-0.259-0.956L5.665,26.234z M7.966,29.727c-0.115-0.026-0.233-0.044-0.355-0.044
		c-0.639,0-1.238,0.36-1.666,0.64c0.287-0.797,0.229-1.737,0.102-2.48c0.209-0.229,0.436-0.461,0.671-0.704
		C6.811,27.042,6.903,26.945,7,26.845c-0.016,0.159-0.144,0.282-0.338,0.449c-0.236,0.203-0.529,0.455-0.508,0.896
		c0.021,0.278,0.27,0.512,0.475,0.659c0.374,0.271,0.977,0.505,1.369,0.465c-0.004,0.014-0.01,0.03-0.013,0.044
		c-0.03,0.088-0.044,0.177-0.056,0.248c-0.006,0.035-0.014,0.08-0.02,0.093c0.003-0.007,0.018-0.026,0.045-0.037
		c0.029-0.011,0.053-0.004,0.059-0.001L7.966,29.727z M8.081,29.042c-0.016,0.006-0.03,0.015-0.046,0.019
		c-0.273,0.068-0.861-0.124-1.261-0.412c-0.226-0.162-0.36-0.334-0.371-0.473c-0.016-0.315,0.196-0.498,0.421-0.691
		c0.236-0.203,0.523-0.449,0.396-0.868c0.082-0.086,0.165-0.175,0.247-0.265c0.107,0.137,0.234,0.238,0.365,0.342
		c0.137,0.109,0.28,0.224,0.413,0.393c0.003,0.159,0.001,0.305-0.013,0.421c-0.002,0.416-0.002,0.874-0.082,1.276
		C8.132,28.869,8.106,28.956,8.081,29.042z M9.126,29.452c-0.338,0-0.486,0.085-0.617,0.16c-0.088,0.05-0.177,0.098-0.354,0.131
		c0.008-0.029,0.015-0.062,0.02-0.097c0.011-0.064,0.023-0.14,0.05-0.219c0.019-0.072,0.041-0.143,0.064-0.215
		c0.117-0.074,0.218-0.176,0.309-0.271c0.098-0.102,0.199-0.207,0.276-0.22c0.14-0.031,0.185,0.019,0.295,0.17
		c0.046,0.062,0.102,0.136,0.173,0.201c0.023,0.127,0.049,0.251,0.077,0.374C9.309,29.458,9.21,29.452,9.126,29.452z M8.4,28.787
		c0.062-0.333,0.075-0.687,0.077-1.021c0.009,0.012,0.015,0.024,0.025,0.035c0.17,0.297,0.393,0.364,0.629,0.436
		c0.033,0.011,0.067,0.021,0.102,0.031c0.01,0.117,0.02,0.233,0.034,0.35c-0.096-0.104-0.226-0.188-0.442-0.141
		c-0.152,0.025-0.277,0.155-0.408,0.293C8.412,28.776,8.405,28.781,8.4,28.787z M9.214,28.001C9.21,28,9.208,28,9.205,27.999
		c-0.223-0.066-0.369-0.111-0.492-0.331L8.691,27.64c-0.047-0.049-0.058-0.139-0.071-0.243c-0.014-0.124-0.037-0.271-0.13-0.401
		c-0.005-0.127-0.011-0.261-0.018-0.398c-0.032-0.623-0.067-1.331,0.147-1.618L8.607,24.97c0.107-0.149,0.211-0.301,0.309-0.457
		c0.324-0.566,0.62-1.075,0.993-1.614c0.046-0.059,0.105-0.132,0.171-0.213c0.054-0.066,0.111-0.139,0.17-0.213
		c-0.314,0.966-0.585,1.915-0.809,2.851C9.236,26.173,9.163,27.096,9.214,28.001z M11.36,29.409c-0.354,0-0.625,0.083-0.81,0.246
		c-0.312-0.062-0.571-0.109-0.791-0.144c-0.019-0.077-0.036-0.153-0.053-0.23c0.302,0.071,0.567-0.029,0.808-0.125
		c0.204-0.081,0.398-0.158,0.613-0.142c0.242,0.032,0.461,0.216,0.672,0.393c0.02,0.017,0.039,0.032,0.059,0.049
		C11.699,29.428,11.527,29.409,11.36,29.409z M12.338,29.494c-0.123-0.064-0.245-0.168-0.378-0.277
		c-0.238-0.199-0.485-0.406-0.807-0.449c-0.281-0.021-0.509,0.07-0.73,0.158c-0.266,0.104-0.498,0.193-0.769,0.078
		c-0.034-0.195-0.062-0.393-0.082-0.593c0.03,0.019,0.062,0.033,0.095,0.053c0.283,0.153,0.479,0.252,0.628,0.216
		c0.185-0.021,0.334-0.155,0.479-0.285c0.135-0.12,0.264-0.234,0.418-0.252c0.229,0.001,0.863,0.283,1.273,0.54
		C12.403,29.01,12.362,29.29,12.338,29.494z M12.518,28.424c-0.441-0.266-1.051-0.531-1.338-0.531
		c-0.247,0.027-0.419,0.18-0.57,0.314c-0.122,0.107-0.237,0.211-0.359,0.227c-0.084,0.017-0.34-0.123-0.463-0.19
		c-0.089-0.049-0.172-0.094-0.242-0.124c-0.066-0.916,0.004-1.855,0.213-2.722c0.258-1.08,0.578-2.178,0.959-3.299
		c0.197,1.106,0.742,3.122,1.335,3.488c0.071,0.044,0.136,0.061,0.196,0.062c-0.037,0.896,0.066,1.709,0.322,2.535
		C12.55,28.268,12.534,28.346,12.518,28.424z M12.692,27.693c-0.189-0.772-0.244-1.553-0.172-2.421c0.14,0.303,0.339,0.54,0.559,0.8
		c0.04,0.047,0.081,0.097,0.122,0.146C12.985,26.721,12.818,27.225,12.692,27.693z M13.313,25.963
		c-0.015-0.018-0.029-0.035-0.045-0.053c-0.325-0.384-0.582-0.688-0.667-1.229l-0.015,0.002c0.014-0.1,0.025-0.197,0.043-0.3
		c0.023-0.154,0.045-0.306,0.065-0.454c0.079-0.55,0.157-1.077,0.291-1.616c0.05,0.386,0.171,0.733,0.29,1.023
		c0.039,0.098,0.084,0.228,0.133,0.371c0.137,0.4,0.303,0.881,0.514,1.165C13.688,25.222,13.486,25.59,13.313,25.963z
		 M14.077,24.661c-0.167-0.26-0.315-0.693-0.431-1.031c-0.051-0.148-0.098-0.283-0.138-0.386c-0.288-0.696-0.363-1.242-0.243-1.773
		l-0.083-0.02c0.015-0.108,0.028-0.222,0.042-0.338c0.052-0.46,0.107-0.932,0.317-1.264c0.114,0.439,0.274,0.874,0.433,1.302
		c0.085,0.23,0.168,0.457,0.242,0.678l0.005-0.002c0.007,0.864,0.079,1.677,0.251,2.345C14.332,24.327,14.201,24.492,14.077,24.661z
		 M14.483,18.116c-0.452-0.364-0.717-0.768-0.803-1.222H13.68c0.01-0.631,0.027-1.271,0.113-1.854l-0.013-0.002
		c0.005-0.01,0.011-0.02,0.015-0.029c0.367,0.15,0.747,0.264,1.142,0.324c-0.003,0.013-0.005,0.028-0.007,0.04
		c-0.242,0.553-0.436,1.298-0.363,2.151C14.538,17.717,14.509,17.915,14.483,18.116z M29.899,1.418
		c0.976,0.172,1.359,0.7,1.509,1.121c0.026,0.078,0.047,0.157,0.062,0.237c-0.495,0.006-0.987,0.03-1.497,0.078
		c0.021-0.133,0.021-0.278-0.02-0.445c-0.043-0.165-0.101-0.296-0.149-0.412C29.688,1.729,29.645,1.618,29.899,1.418z M28.844,1.521
		c0.25-0.067,0.491-0.106,0.723-0.118c-0.171,0.228-0.104,0.43,0.009,0.692c0.047,0.107,0.1,0.229,0.138,0.373
		c0.036,0.155,0.027,0.286,0.001,0.413c-0.246,0.025-0.498,0.057-0.758,0.094c0.002-0.016,0.006-0.029,0.006-0.046
		c-0.014-0.17-0.058-0.334-0.099-0.493C28.783,2.131,28.709,1.84,28.844,1.521z M29.192,8.909c-0.037,0.05-0.086,0.094-0.146,0.134
		c-0.017-0.042-0.031-0.083-0.049-0.122c-0.04-0.097-0.078-0.188-0.079-0.28c0.021-0.208,0.101-0.398,0.185-0.599
		c0.072-0.173,0.147-0.352,0.188-0.552c0.022-0.116,0.022-0.235,0.022-0.362c0-0.11,0-0.224,0.018-0.334
		c0.007-0.018,0.021-0.037,0.028-0.055c0.069,0,0.137,0.008,0.197,0.021C29.242,7.643,29.177,8.38,29.192,8.909z M28.77,9.017
		c0.021,0.051,0.038,0.096,0.051,0.137c-0.3,0.111-0.713,0.169-1.11,0.203c0.002-0.014,0-0.023,0.004-0.039
		c0.01-0.051,0.086-0.108,0.166-0.169c0.122-0.093,0.273-0.208,0.33-0.402l0.005-0.034c0-0.112-0.063-0.223-0.131-0.34
		c-0.057-0.098-0.118-0.207-0.119-0.268c0.023-0.196,0.095-0.284,0.185-0.396c0.045-0.055,0.091-0.11,0.136-0.188
		c0.069-0.141,0.116-0.188,0.146-0.218c0.096-0.097,0.099-0.16,0.077-0.42c0.186-0.05,0.385-0.1,0.578-0.127
		c-0.021,0.129-0.021,0.252-0.021,0.371c0,0.114,0,0.222-0.018,0.313c-0.035,0.176-0.103,0.335-0.174,0.505
		c-0.087,0.208-0.179,0.424-0.202,0.682C28.671,8.784,28.723,8.908,28.77,9.017z M28.68,11.667c0.049,0.083,0.105,0.178,0.117,0.222
		c0.004,0.025,0.004,0.049,0.002,0.073c-0.072,0.009-0.146,0.019-0.214,0.028c-0.181,0.024-0.351,0.048-0.482,0.049
		c-0.15-0.013-0.305-0.021-0.458-0.026c0.015-0.026,0.025-0.053,0.028-0.082c0.013-0.039,0.038-0.069,0.071-0.108
		c0.059-0.069,0.138-0.164,0.138-0.328c0-0.113-0.078-0.191-0.14-0.254c-0.024-0.023-0.064-0.063-0.068-0.09
		c-0.012-0.108-0.021-0.173-0.029-0.218c-0.011-0.062-0.011-0.062,0.029-0.173c0.018-0.052,0.043-0.122,0.073-0.213
		c0.038-0.09,0.079-0.126,0.121-0.163c0.099-0.088,0.167-0.171,0.137-0.443c-0.019-0.123-0.073-0.206-0.132-0.272
		c0.27-0.026,0.535-0.064,0.774-0.124c-0.08,0.101-0.161,0.215-0.186,0.373c0,0.209,0.129,0.337,0.225,0.431
		c0.066,0.066,0.107,0.11,0.107,0.15c0,0.134-0.062,0.225-0.131,0.331c-0.075,0.111-0.16,0.238-0.16,0.416
		C28.504,11.374,28.59,11.516,28.68,11.667z M27.397,10.972c0.008,0.041,0.019,0.102,0.026,0.188c0,0.114,0.078,0.191,0.14,0.255
		c0.024,0.023,0.064,0.063,0.068,0.077c0,0.07-0.025,0.104-0.08,0.167c-0.044,0.054-0.1,0.119-0.126,0.235
		c-0.005,0.014-0.03,0.049-0.048,0.073c-0.008,0.011-0.018,0.022-0.025,0.034c-0.262-0.006-0.528-0.006-0.806-0.007
		c-0.246,0.008-0.488,0.013-0.729,0.019c-0.024,0-0.051,0.001-0.075,0.001c0.013-0.026,0.032-0.048,0.061-0.076
		c0.062-0.063,0.146-0.149,0.206-0.33c0.021-0.084,0.04-0.14,0.052-0.177c0.027-0.088,0.045-0.146-0.02-0.226
		c-0.019-0.021-0.058-0.068-0.117-0.251c-0.062-0.184-0.156-0.25-0.233-0.292c0.008-0.026,0.024-0.075,0.064-0.162
		c0.021-0.052,0.104-0.102,0.188-0.15c0.146-0.087,0.329-0.195,0.361-0.436c0-0.039-0.008-0.073-0.021-0.105
		c0.045-0.009,0.09-0.019,0.133-0.026c0.164-0.031,0.42-0.046,0.719-0.063c0.137-0.008,0.279-0.017,0.423-0.027
		c0.026,0.033,0.054,0.062,0.079,0.088c0.062,0.062,0.109,0.11,0.121,0.189c0.018,0.161,0,0.177-0.055,0.226
		c-0.054,0.047-0.125,0.11-0.189,0.261c-0.032,0.099-0.057,0.168-0.074,0.218C27.384,10.831,27.379,10.851,27.397,10.972z
		 M27.024,15.479c0.036,0.063,0.067,0.116,0.067,0.166c0,0.064-0.032,0.11-0.087,0.18c-0.051,0.066-0.115,0.149-0.121,0.263
		c-0.082,0.388,0.019,0.721,0.115,1.042c0.069,0.229,0.135,0.453,0.137,0.692c-0.221-0.339-0.453-0.678-0.75-0.94
		c-0.129-0.115-0.256-0.224-0.383-0.328c0.021-0.049,0.041-0.101,0.051-0.16c0-0.146-0.046-0.273-0.09-0.396
		c-0.039-0.107-0.076-0.208-0.076-0.311c0-0.16,0.071-0.288,0.146-0.424c0.06-0.107,0.12-0.219,0.143-0.345
		c0.059-0.352-0.063-0.651-0.191-0.969c-0.013-0.03-0.022-0.061-0.035-0.091c0.587,0.075,1.126,0.243,1.478,0.595l-0.08,0.021
		c-0.102,0.008-0.184,0.033-0.246,0.084c-0.139,0.111-0.149,0.29-0.161,0.464c-0.003,0.05-0.007,0.101-0.014,0.167
		C26.927,15.305,26.979,15.397,27.024,15.479z M26.767,19.674c0.051,0.153,0.1,0.3,0.079,0.515
		c-0.008,0.037-0.018,0.073-0.029,0.109c-0.151-0.24-0.295-0.482-0.434-0.723c-0.193-0.331-0.391-0.666-0.613-0.991
		c0.01-0.031,0.021-0.063,0.03-0.096c0.062-0.182,0.13-0.389,0.129-0.661c-0.019-0.136-0.07-0.247-0.114-0.347
		c-0.061-0.132-0.112-0.247-0.092-0.425c0-0.091,0.064-0.177,0.14-0.276c0.004-0.005,0.008-0.009,0.012-0.014
		c0.114,0.096,0.229,0.195,0.348,0.299c0.312,0.276,0.555,0.655,0.791,1.021c0.023,0.035,0.047,0.069,0.07,0.105
		c-0.035,0.106-0.097,0.219-0.162,0.337c-0.119,0.213-0.242,0.434-0.242,0.686C26.678,19.403,26.723,19.542,26.767,19.674z
		 M26.505,21.938c0.037,0.115,0.075,0.234,0.091,0.364c0.047,0.457-0.094,0.617-0.308,0.847c-0.227-0.267-0.462-0.521-0.706-0.771
		c0.037-0.076,0.088-0.16,0.165-0.275c0.308-0.53,0.253-0.695,0.13-0.939c-0.062-0.118-0.127-0.254-0.155-0.507
		c-0.021-0.186,0.044-0.291,0.118-0.412c0.054-0.089,0.109-0.181,0.132-0.321c0-0.281-0.072-0.391-0.142-0.495
		c-0.043-0.063-0.082-0.124-0.111-0.238c-0.009-0.04-0.01-0.076-0.014-0.113c0.135,0.218,0.266,0.438,0.396,0.664
		c0.177,0.305,0.358,0.611,0.562,0.916c-0.008,0.013-0.014,0.025-0.021,0.037c-0.093,0.183-0.189,0.37-0.212,0.573
		C26.373,21.529,26.438,21.737,26.505,21.938z M25.794,24.572c0.033,0.151,0.066,0.308,0.054,0.485
		c-0.012,0.099-0.035,0.186-0.068,0.264c-0.274-0.245-0.557-0.481-0.836-0.716c0.039-0.053,0.081-0.104,0.125-0.158
		c0.134-0.161,0.271-0.327,0.315-0.54c0.055-0.163,0.048-0.375,0.04-0.579c-0.005-0.14-0.01-0.283,0.006-0.391l0.021-0.1
		c0.008-0.04,0.015-0.075,0.021-0.109c0.209,0.216,0.41,0.438,0.603,0.666c-0.058,0.071-0.113,0.149-0.165,0.242
		C25.672,24.017,25.733,24.299,25.794,24.572z M24.551,25.26c0.012,0.116,0.026,0.235,0.01,0.333
		c-0.017,0.115-0.042,0.211-0.072,0.296c-0.43-0.479-0.846-0.991-1.189-1.544c-0.325-0.567-0.624-1.081-1.007-1.634
		c-0.027-0.035-0.059-0.073-0.09-0.114c0.002,0.001,0.003,0.003,0.004,0.004c0.373,0.29,0.724,0.563,1.188,0.982
		c0.39,0.373,0.812,0.729,1.226,1.073c-0.021,0.038-0.037,0.077-0.052,0.118C24.511,24.921,24.53,25.093,24.551,25.26z
		 M23.78,25.443c0.189,0.235,0.386,0.463,0.582,0.683c-0.094,0.132-0.214,0.227-0.348,0.332c-0.078,0.062-0.161,0.129-0.244,0.204
		c0.002-0.029,0.004-0.061,0.005-0.092C23.797,26.178,23.813,25.782,23.78,25.443z M23.562,23.401
		c-0.475-0.427-0.829-0.703-1.204-0.996c-0.241-0.188-0.493-0.387-0.787-0.631c-0.034-0.053-0.065-0.103-0.096-0.151
		c-0.037-0.106-0.076-0.214-0.114-0.319v-0.07l-0.021,0.011c0-0.002,0-0.004-0.002-0.007c0.004-0.077-0.006-0.146-0.066-0.184
		c-0.05-0.138-0.102-0.274-0.151-0.412c1.182,1.039,2.518,1.383,4.032,1.771v-0.003c0.037,0.037,0.074,0.074,0.111,0.111
		c-0.021,0.078-0.038,0.162-0.059,0.271l-0.021,0.104c-0.02,0.135-0.014,0.291-0.008,0.441c0.006,0.182,0.012,0.371-0.031,0.504
		c-0.037,0.167-0.149,0.304-0.269,0.447c-0.042,0.051-0.083,0.104-0.124,0.156C24.352,24.109,23.94,23.763,23.562,23.401z
		 M18.621,18.544c-0.033-0.462-0.039-0.954-0.046-1.432c-0.008-0.508-0.017-1.027-0.056-1.529c0.521,1.031,0.993,2.034,1.419,3.018
		l-0.085,0.003c0.021,0.827-0.555,1.57-0.896,1.938c-0.064-0.396-0.174-0.771-0.426-1.042
		C18.598,19.181,18.633,18.863,18.621,18.544z M17.623,14.831c0.846-0.536,1.627-1.153,2.387-1.756
		c0.934-0.741,1.899-1.508,2.966-2.103c0.16-0.086,0.327-0.168,0.496-0.248c0.106,0.124,0.247,0.184,0.36,0.229
		c0.182,0.074,0.229,0.1,0.194,0.244c-0.024,0.031-0.103,0.064-0.166,0.091c-0.135,0.057-0.301,0.128-0.338,0.31
		c-0.037,0.221,0.097,0.324,0.174,0.386c0.045,0.033,0.07,0.056,0.076,0.074c0.004,0.02,0.006,0.048,0.008,0.071
		c-0.301,0.038-0.604,0.089-0.913,0.161c-1.048,0.205-1.986,0.786-2.896,1.349C19.219,14.104,18.446,14.577,17.623,14.831z
		 M18.373,18.557c0.03,0.813-0.279,1.655-0.58,2.468c-0.007,0.021-0.015,0.039-0.021,0.06c-0.024-0.908-0.109-1.848-0.218-2.721
		c0.348-0.259,0.606-0.537,0.78-0.841C18.34,17.874,18.349,18.222,18.373,18.557z M16.971,14.821
		c0.309-0.317,0.604-0.654,0.891-0.984c0.443-0.512,0.902-1.042,1.406-1.474c0.197-0.17,0.398-0.335,0.604-0.496
		c0.008,0.01,0.016,0.019,0.021,0.028c0.145,0.186,0.301,0.387,0.396,0.545c-0.161,0.127-0.322,0.254-0.48,0.38
		c-0.895,0.709-1.817,1.44-2.834,2.024C16.973,14.836,16.972,14.829,16.971,14.821z M27.867,8.496
		c0.038,0.068,0.087,0.151,0.096,0.2C27.925,8.8,27.83,8.874,27.729,8.95c-0.112,0.086-0.229,0.175-0.26,0.315
		c-0.008,0.04-0.012,0.076-0.014,0.11c-0.119,0.008-0.233,0.015-0.34,0.021c-0.31,0.019-0.574,0.034-0.758,0.068
		c-0.117,0.021-0.234,0.045-0.354,0.07c-0.113-0.074-0.168-0.121-0.156-0.202c0-0.099,0.074-0.16,0.199-0.253
		c0.133-0.1,0.299-0.225,0.299-0.453c0-0.334-0.188-0.475-0.326-0.576c-0.09-0.066-0.156-0.118-0.17-0.212
		c0.711-0.356,1.455-0.651,2.237-0.84c0.054-0.013,0.116-0.031,0.177-0.048c0.004,0.074,0.004,0.148-0.01,0.176
		c-0.039,0.04-0.105,0.106-0.188,0.273c-0.033,0.058-0.072,0.105-0.109,0.151c-0.097,0.119-0.205,0.254-0.24,0.536
		C27.715,8.231,27.796,8.373,27.867,8.496z M25.565,10.88c0.043,0.022,0.084,0.043,0.121,0.153c0.061,0.18,0.107,0.26,0.142,0.306
		c-0.002,0.006-0.004,0.012-0.007,0.019c-0.012,0.04-0.028,0.098-0.053,0.179c-0.039,0.12-0.09,0.173-0.145,0.229
		c-0.07,0.072-0.127,0.142-0.142,0.256c-0.489,0.011-0.971,0.029-1.455,0.078c-0.004-0.032-0.008-0.068-0.014-0.097
		c-0.027-0.109-0.105-0.171-0.164-0.217c-0.075-0.059-0.094-0.076-0.084-0.144c0.01-0.049,0.106-0.089,0.191-0.125
		c0.11-0.047,0.237-0.101,0.297-0.218l0.01-0.025c0.094-0.375-0.156-0.478-0.34-0.552c-0.076-0.032-0.15-0.063-0.212-0.11
		c0.73-0.323,1.523-0.581,2.316-0.751c0.015,0.014,0.023,0.026,0.025,0.036c-0.015,0.099-0.102,0.156-0.242,0.24
		c-0.117,0.069-0.237,0.142-0.289,0.267C25.424,10.628,25.372,10.782,25.565,10.88z M25.729,16.083
		c0.039,0.107,0.075,0.208,0.076,0.29c0,0.006-0.004,0.012-0.005,0.019c-0.655-0.511-1.306-0.857-2.095-0.951
		c-0.181-0.028-0.36-0.06-0.543-0.09c-0.166-0.028-0.334-0.056-0.502-0.083c0.184-0.515,0.315-1.024,0.317-1.479
		c0.236,0.017,0.476,0.031,0.707,0.031c0.074,0,0.151-0.001,0.232-0.003c0.016,0.014,0.033,0.027,0.054,0.035l0.02-0.036
		c0.065-0.002,0.133-0.003,0.202-0.005c0.452-0.011,0.974-0.022,1.478,0.02c0.027,0.072,0.055,0.144,0.083,0.213
		c0.12,0.297,0.224,0.554,0.177,0.835c-0.014,0.084-0.062,0.172-0.114,0.265c-0.083,0.149-0.179,0.32-0.179,0.545
		C25.639,15.834,25.686,15.961,25.729,16.083z M25.475,20.684c0.032,0.298,0.117,0.467,0.18,0.59
		c0.091,0.183,0.133,0.266-0.118,0.697c-0.058,0.087-0.103,0.158-0.139,0.224c-0.405-0.399-0.827-0.783-1.244-1.159
		c-0.14-0.126-0.278-0.252-0.419-0.38c0.067-0.389-0.006-0.734-0.077-1.069c-0.054-0.242-0.105-0.492-0.105-0.759
		c0-0.184,0.038-0.363,0.08-0.555c0.041-0.195,0.085-0.396,0.085-0.606c0-0.235-0.048-0.439-0.11-0.643
		c0.324,0.189,0.621,0.383,0.853,0.574c0.419,0.34,0.735,0.721,1.017,1.126c-0.032,0.154-0.043,0.323,0.003,0.521
		c0.04,0.158,0.099,0.247,0.146,0.318c0.058,0.088,0.101,0.151,0.103,0.337c-0.013,0.074-0.053,0.14-0.098,0.213
		C25.545,20.249,25.442,20.415,25.475,20.684z M25.59,18.333c-0.26-0.35-0.557-0.685-0.927-0.983
		c-0.563-0.467-1.467-0.933-2.292-1.336c0.069-0.167,0.139-0.336,0.203-0.506c0.185,0.029,0.366,0.059,0.549,0.09
		c0.184,0.03,0.364,0.061,0.55,0.09c0.75,0.09,1.372,0.428,2.005,0.925c-0.004,0.007-0.01,0.013-0.014,0.02
		c-0.09,0.119-0.191,0.253-0.189,0.412c-0.029,0.23,0.046,0.396,0.112,0.543c0.042,0.092,0.081,0.178,0.095,0.261
		C25.682,18.029,25.639,18.18,25.59,18.333z M23.811,13.568c-0.041,0.001-0.084,0.001-0.123,0.001c-0.297,0-0.608-0.022-0.912-0.045
		c-0.414-0.03-0.842-0.062-1.247-0.038c-0.144,0-0.346,0.053-0.58,0.114c-0.114,0.029-0.303,0.077-0.472,0.107
		c0.781-0.478,1.59-0.931,2.459-1.102c0.291-0.068,0.576-0.116,0.859-0.152c0,0.105-0.002,0.217-0.004,0.329
		C23.783,13.132,23.78,13.391,23.811,13.568z M21.01,13.841c0.2-0.052,0.408-0.106,0.525-0.106c0.396-0.022,0.815,0.008,1.223,0.038
		c0.021,0.001,0.043,0.003,0.063,0.004h-0.09c0,0.437-0.137,0.94-0.321,1.452c-0.377-0.056-0.756-0.104-1.125-0.123
		c-0.161-0.009-0.353-0.011-0.557-0.012c-0.685-0.006-1.598-0.018-2.071-0.33c0.486-0.238,0.955-0.524,1.418-0.81
		C20.299,14.023,20.657,13.933,21.01,13.841z M22.321,15.468c-0.057,0.146-0.114,0.29-0.176,0.435
		c-0.086-0.042-0.174-0.084-0.257-0.124c-0.306-0.147-0.632-0.305-0.87-0.433c0.09,0.002,0.175,0.004,0.254,0.008
		C21.615,15.374,21.969,15.417,22.321,15.468z M19.627,15.297c0.528,1.187,1.047,2.166,1.58,2.985
		c-0.174,0.471-0.342,0.949-0.448,1.434c-0.607-1.509-1.325-3.067-2.159-4.689C18.879,15.182,19.242,15.257,19.627,15.297z
		 M19.996,15.326c0.146,0.007,0.291,0.012,0.434,0.014c0.137,0.156,0.519,0.345,1.32,0.731c0.088,0.042,0.18,0.086,0.271,0.131
		c-0.03,0.069-0.061,0.14-0.09,0.208c-0.132,0.306-0.256,0.594-0.354,0.857c-0.069,0.209-0.146,0.419-0.226,0.631
		C20.895,17.17,20.444,16.316,19.996,15.326z M21.521,18.153c0.103-0.271,0.203-0.54,0.289-0.803
		c0.096-0.254,0.219-0.539,0.351-0.842c0.027-0.065,0.057-0.132,0.085-0.197c0.345,0.168,0.699,0.347,1.038,0.531l0.014,0.041
		c0.092,0.27,0.17,0.503,0.17,0.782c0,0.184-0.039,0.362-0.08,0.555c-0.043,0.195-0.086,0.396-0.086,0.606
		c0,0.293,0.057,0.557,0.111,0.812c0.06,0.271,0.114,0.532,0.098,0.81c-0.34-0.313-0.677-0.636-0.988-0.966
		c-0.341-0.378-0.674-0.814-1.004-1.316C21.52,18.161,21.521,18.157,21.521,18.153z M25.764,12.905c0,0.064-0.035,0.11-0.093,0.18
		c-0.083,0.101-0.2,0.244-0.085,0.476c0.001,0.004,0.002,0.008,0.004,0.013c-0.483-0.033-0.972-0.022-1.401-0.012
		c-0.044,0.001-0.085,0.002-0.128,0.003c-0.033-0.161-0.024-0.535-0.021-0.776c0.003-0.127,0.005-0.249,0.005-0.364
		c0.492-0.051,0.981-0.068,1.483-0.079c0.062,0.205,0.135,0.287,0.204,0.349C25.767,12.722,25.779,12.735,25.764,12.905z
		 M23.325,10.435c-0.174,0.082-0.343,0.165-0.506,0.253c-0.127,0.07-0.251,0.144-0.375,0.219c-0.106-0.108-0.149-0.253-0.194-0.406
		c-0.025-0.086-0.056-0.176-0.098-0.269c0.403-0.295,0.817-0.6,1.247-0.898c0.16,0.292,0.274,0.614,0.229,0.83
		c-0.022,0.108-0.084,0.177-0.192,0.217l-0.116,0.043L23.325,10.435z M20.938,11.078c0.265-0.186,0.525-0.369,0.785-0.549
		l0.221-0.152c0.024,0.062,0.047,0.126,0.066,0.194c0.047,0.16,0.1,0.323,0.223,0.467c-0.279,0.177-0.554,0.361-0.819,0.553
		C21.267,11.402,21.104,11.236,20.938,11.078z M21.211,11.736c-0.245,0.181-0.486,0.364-0.726,0.549
		c-0.104-0.166-0.251-0.356-0.396-0.543c-0.006-0.008-0.013-0.017-0.021-0.024c0.22-0.168,0.44-0.332,0.664-0.492
		C20.904,11.389,21.066,11.552,21.211,11.736z M26.301,6.818c-0.018-0.088-0.078-0.151-0.157-0.207
		c0.352-0.124,0.71-0.241,1.075-0.361c0.169-0.056,0.338-0.11,0.507-0.167c0.186-0.062,0.363-0.129,0.54-0.195
		c0.033-0.012,0.064-0.023,0.096-0.035c-0.01,0.006-0.02,0.012-0.03,0.019c-0.123,0.069-0.265,0.147-0.322,0.331
		c-0.03,0.209,0.069,0.339,0.15,0.442v0.001c-0.054,0.015-0.104,0.028-0.148,0.04c-0.697,0.168-1.361,0.416-2,0.715
		c0.016-0.015,0.029-0.028,0.045-0.043C26.174,7.249,26.336,7.1,26.301,6.818z M25.887,7.173c-0.076,0.069-0.155,0.142-0.195,0.243
		c-0.025,0.062-0.046,0.117-0.061,0.169c-0.772,0.392-1.504,0.853-2.197,1.33C23.352,8.799,23.271,8.7,23.202,8.63
		c-0.101-0.118-0.185-0.24-0.263-0.366c0.498-0.348,1.006-0.67,1.529-0.946c0.443-0.23,0.9-0.422,1.368-0.596
		c0.083,0.042,0.21,0.106,0.219,0.136C26.071,6.996,26.006,7.064,25.887,7.173z M23.604,9.191c0.642-0.44,1.312-0.867,2.016-1.235
		c0.043,0.127,0.141,0.213,0.252,0.296c0.125,0.094,0.225,0.167,0.225,0.376c0,0.1-0.075,0.161-0.199,0.254
		c-0.133,0.1-0.299,0.224-0.297,0.435c-0.019,0.125,0.027,0.218,0.096,0.29c-0.62,0.148-1.235,0.348-1.821,0.588
		C23.926,9.901,23.787,9.519,23.604,9.191z M28.249,6.259c0.022-0.07,0.105-0.117,0.203-0.171c0.139-0.078,0.312-0.175,0.339-0.379
		c0.002-0.003,0-0.006,0.001-0.01c0.122-0.04,0.243-0.079,0.367-0.11c0.062-0.013,0.141-0.019,0.226-0.021
		c0.004,0.026,0.009,0.055,0.014,0.081c0.028,0.156,0.056,0.304,0.023,0.498c-0.017,0.065-0.08,0.159-0.144,0.25
		c-0.005,0.006-0.009,0.014-0.014,0.02c-0.285,0.012-0.583,0.084-0.851,0.157c-0.021-0.029-0.04-0.058-0.061-0.082
		C28.28,6.396,28.24,6.338,28.249,6.259z M28.297,5.182c0,0.116,0.074,0.212,0.145,0.298c-0.098,0.035-0.194,0.069-0.289,0.105
		c-0.174,0.064-0.349,0.131-0.528,0.19c-0.168,0.057-0.337,0.111-0.505,0.167c-0.446,0.146-0.899,0.295-1.35,0.461
		c-0.067-0.043-0.127-0.09-0.137-0.14c-0.039-0.117,0.056-0.273,0.156-0.438c0.068-0.115,0.146-0.244,0.188-0.385
		c0.144-0.05,0.283-0.1,0.424-0.148c0.345-0.12,0.701-0.244,1.04-0.375c0.39-0.151,0.788-0.305,1.192-0.447
		c0,0.021,0,0.04-0.004,0.064c-0.012,0.063-0.062,0.126-0.117,0.198C28.43,4.838,28.326,4.969,28.297,5.182z M25.575,5.696
		c-0.125,0.206-0.255,0.42-0.184,0.627c0.012,0.074,0.051,0.135,0.104,0.188c-0.399,0.154-0.796,0.322-1.178,0.521
		c-0.525,0.278-1.034,0.601-1.532,0.947c-0.089-0.187-0.156-0.387-0.205-0.603c0.51-0.436,1.039-0.843,1.6-1.18
		c0.455-0.246,0.963-0.45,1.478-0.639C25.631,5.604,25.604,5.649,25.575,5.696z M22.735,8.409c0.082,0.132,0.175,0.263,0.281,0.391
		c0.068,0.067,0.142,0.157,0.211,0.257c-0.434,0.303-0.852,0.609-1.258,0.907c-0.016-0.018-0.029-0.037-0.045-0.055
		c-0.089-0.104-0.181-0.213-0.251-0.352c-0.051-0.081-0.094-0.159-0.134-0.236C21.933,9.006,22.331,8.7,22.735,8.409z M21.735,10.07
		c0.011,0.013,0.021,0.024,0.029,0.036l-0.225,0.156c-0.277,0.192-0.56,0.389-0.838,0.587c-0.156-0.15-0.304-0.306-0.438-0.485
		c0.026-0.021,0.052-0.043,0.078-0.064c0.329-0.273,0.661-0.549,0.998-0.821c0.036,0.067,0.071,0.134,0.116,0.202
		C21.535,9.835,21.637,9.956,21.735,10.07z M20.139,10.05c-0.013,0.01-0.025,0.02-0.037,0.03c-0.006-0.042-0.006-0.083-0.004-0.132
		c0.004-0.074,0.007-0.165-0.02-0.278c0.316-0.281,0.627-0.568,0.93-0.854c0.062,0.107,0.115,0.218,0.17,0.335
		c0.006,0.01,0.011,0.021,0.016,0.032C20.838,9.47,20.485,9.761,20.139,10.05z M20.496,10.998c-0.209,0.15-0.416,0.305-0.622,0.463
		c-0.043-0.06-0.083-0.115-0.116-0.167c-0.098-0.128-0.188-0.218-0.271-0.286c0.197-0.16,0.395-0.322,0.59-0.483
		C20.205,10.697,20.35,10.853,20.496,10.998z M19.028,20.826c0.296-0.295,0.934-1.022,1.055-1.895
		c0.202,0.476,0.396,0.947,0.577,1.413c-0.001,0.009-0.002,0.017-0.005,0.024l0.015,0.001c0.151,0.396,0.299,0.787,0.437,1.178
		c-0.062,0.794-0.714,3.434-1.288,3.789c-0.03,0.02-0.056,0.025-0.075,0.027c-0.023-0.339-0.063-0.688-0.125-1.06
		c-0.023-0.15-0.045-0.301-0.065-0.449c-0.097-0.684-0.188-1.329-0.396-2.017c-0.067-0.23-0.1-0.504-0.132-0.794
		c-0.01-0.084-0.02-0.169-0.03-0.254L19.028,20.826z M20.936,20.124c0.078-0.528,0.254-1.062,0.443-1.584
		c0.295,0.431,0.594,0.818,0.904,1.162c0.521,0.552,1.096,1.07,1.651,1.574c0.285,0.257,0.572,0.519,0.855,0.784
		C23.285,21.669,22.051,21.277,20.936,20.124z M24.807,25.631c0.021-0.128,0.006-0.268-0.01-0.399
		c-0.017-0.137-0.031-0.276,0.006-0.37c0.004-0.013,0.011-0.023,0.016-0.036c0.278,0.232,0.56,0.472,0.832,0.716
		c-0.094,0.124-0.209,0.229-0.33,0.335c-0.149,0.135-0.305,0.274-0.424,0.46c-0.073-0.08-0.149-0.162-0.226-0.244
		C24.729,25.967,24.778,25.821,24.807,25.631z M27.057,13.492c-0.053,0.175-0.046,0.302-0.01,0.404
		c-0.354-0.164-0.764-0.254-1.191-0.3c-0.004-0.016-0.008-0.031-0.014-0.046l0.021-0.016c-0.021-0.028-0.032-0.049-0.046-0.069
		c-0.004-0.017-0.01-0.032-0.014-0.049l-0.007,0.002c-0.021-0.063,0.009-0.104,0.065-0.174c0.063-0.077,0.151-0.182,0.149-0.327
		c0.025-0.244-0.015-0.324-0.113-0.411c-0.034-0.03-0.07-0.066-0.108-0.168c0.012,0,0.023-0.001,0.037-0.001
		c0.24-0.005,0.484-0.01,0.727-0.018c0.24,0,0.473,0,0.703,0.004c0.012,0.091,0.061,0.166,0.102,0.23
		c0.035,0.054,0.067,0.104,0.068,0.129c-0.018,0.162-0.094,0.271-0.174,0.387C27.17,13.188,27.076,13.322,27.057,13.492z
		 M29.424,4.935c-0.038,0.117-0.053,0.217-0.059,0.312c-0.1,0.003-0.192,0.011-0.277,0.027c-0.135,0.034-0.268,0.077-0.397,0.12
		c-0.016-0.02-0.029-0.04-0.046-0.058c-0.041-0.051-0.098-0.121-0.1-0.137c0.018-0.128,0.089-0.218,0.164-0.313
		c0.069-0.089,0.143-0.182,0.168-0.31c0.012-0.077,0.008-0.137,0-0.191c0.242-0.082,0.485-0.159,0.731-0.229
		c0.025,0.055,0.06,0.124,0.06,0.152c0,0.176-0.053,0.263-0.119,0.373C29.507,4.752,29.459,4.831,29.424,4.935z M29.506,3.851
		c-0.249,0.07-0.496,0.148-0.742,0.231c-0.005-0.02-0.01-0.039-0.01-0.063c0-0.115-0.021-0.196-0.043-0.275
		c-0.021-0.077-0.04-0.15-0.043-0.239c0.012-0.06,0.058-0.111,0.109-0.171c0.024-0.027,0.051-0.059,0.073-0.091
		c0.271-0.04,0.533-0.074,0.789-0.103c-0.004,0.01-0.006,0.019-0.01,0.028c-0.062,0.183-0.13,0.389-0.13,0.644
		C29.501,3.824,29.504,3.837,29.506,3.851z M28.553,1.612c-0.076,0.322-0.002,0.617,0.069,0.888c0.04,0.155,0.079,0.302,0.09,0.439
		c0,0.026-0.005,0.051-0.014,0.073c-0.192,0.029-0.389,0.06-0.59,0.095c-0.421,0.072-0.867,0.115-1.301,0.157
		c-0.414,0.039-0.836,0.08-1.248,0.147C26.605,2.577,27.629,1.928,28.553,1.612z M25.153,3.745c0.541-0.123,1.115-0.179,1.679-0.232
		c0.438-0.042,0.889-0.085,1.319-0.159c0.115-0.021,0.228-0.038,0.339-0.056c-0.029,0.049-0.056,0.107-0.068,0.182
		c0,0.146,0.024,0.243,0.049,0.328c0.018,0.069,0.033,0.129,0.033,0.211c0,0.057,0.01,0.104,0.022,0.146
		c-0.407,0.144-0.811,0.298-1.201,0.451c-0.334,0.128-0.688,0.252-1.03,0.371c-0.103,0.035-0.203,0.071-0.305,0.107
		c-0.01-0.03-0.019-0.062-0.031-0.093c-0.103-0.201-0.367-0.345-0.647-0.496c-0.229-0.124-0.462-0.253-0.579-0.399
		C24.873,3.982,25.014,3.862,25.153,3.745z M24.547,4.27c0.151,0.182,0.399,0.321,0.646,0.454c0.234,0.127,0.478,0.258,0.54,0.385
		c0.012,0.022,0.018,0.045,0.022,0.067c-0.6,0.214-1.195,0.446-1.736,0.739c-0.528,0.317-1.025,0.692-1.504,1.092
		c-0.027-0.224-0.039-0.466-0.035-0.729C23.152,5.575,23.85,4.893,24.547,4.27z M22.578,8.125c-0.401,0.287-0.796,0.59-1.186,0.9
		c-0.062-0.131-0.122-0.258-0.198-0.384c0.001-0.001,0.002-0.003,0.005-0.004c0.383-0.36,0.771-0.726,1.169-1.076
		C22.42,7.75,22.487,7.938,22.578,8.125z M22.229,6.542c0.006,0.216,0.023,0.436,0.062,0.658c-0.441,0.382-0.869,0.782-1.287,1.178
		c-0.067-0.077-0.145-0.152-0.234-0.227C21.232,7.62,21.724,7.077,22.229,6.542z M20.604,8.339c0.085,0.069,0.155,0.139,0.216,0.209
		c-0.274,0.26-0.555,0.521-0.84,0.776c-0.022-0.052-0.055-0.1-0.101-0.138C20.112,8.911,20.354,8.628,20.604,8.339z M19.721,9.378
		c0.027,0.022,0.042,0.063,0.059,0.126c-0.176,0.153-0.354,0.304-0.534,0.451C19.397,9.767,19.557,9.575,19.721,9.378z M19.85,9.87
		c0,0.022,0.001,0.045,0,0.066c-0.005,0.094-0.008,0.197,0.043,0.317c-0.234,0.195-0.473,0.391-0.711,0.584
		c-0.072-0.024-0.145-0.042-0.221-0.062c-0.062-0.015-0.125-0.03-0.194-0.051C19.141,10.459,19.502,10.171,19.85,9.87z
		 M18.487,10.893c0.164,0.063,0.302,0.099,0.413,0.126c0.016,0.003,0.027,0.007,0.041,0.01c-0.249,0.2-0.5,0.397-0.75,0.585
		c-0.337,0.252-0.632,0.536-0.904,0.835C17.567,12.074,17.979,11.535,18.487,10.893z M16.919,13.384
		c0.434-0.539,0.891-1.081,1.467-1.513c0.301-0.226,0.602-0.463,0.9-0.704c0.083,0.057,0.168,0.138,0.268,0.267
		c0.033,0.054,0.074,0.113,0.121,0.176c-0.21,0.164-0.417,0.333-0.619,0.508c-0.521,0.446-0.988,0.985-1.439,1.507
		c-0.227,0.261-0.459,0.522-0.697,0.778L16.919,13.384L16.919,13.384z M17.063,15.293c0.396-0.062,0.774-0.175,1.143-0.325
		c0.005,0.011,0.01,0.021,0.015,0.03L18.208,15c0.086,0.583,0.104,1.223,0.113,1.854l-0.002-0.001
		c-0.086,0.456-0.352,0.858-0.803,1.223C17.369,16.938,17.188,15.937,17.063,15.293z M17.527,24.131
		c0.173-0.668,0.245-1.479,0.251-2.345l0.007,0.003c0.072-0.222,0.155-0.447,0.241-0.679c0.158-0.428,0.318-0.862,0.433-1.302
		c0.211,0.332,0.266,0.804,0.317,1.264c0.015,0.115,0.027,0.229,0.041,0.338l-0.082,0.02c0.119,0.53,0.045,1.077-0.243,1.772
		c-0.04,0.104-0.087,0.236-0.138,0.387c-0.114,0.338-0.264,0.771-0.432,1.031C17.8,24.453,17.67,24.287,17.527,24.131z
		 M18.688,25.923c-0.174-0.372-0.374-0.74-0.608-1.089c0.211-0.284,0.377-0.765,0.514-1.165c0.049-0.145,0.093-0.274,0.132-0.371
		c0.12-0.29,0.241-0.64,0.29-1.024c0.135,0.54,0.213,1.066,0.291,1.617c0.021,0.149,0.043,0.3,0.066,0.453
		c0.018,0.104,0.027,0.201,0.043,0.301l-0.017-0.002c-0.084,0.541-0.342,0.844-0.667,1.228
		C18.717,25.888,18.701,25.906,18.688,25.923z M18.799,26.177c0.041-0.05,0.082-0.1,0.123-0.146
		c0.219-0.259,0.419-0.496,0.559-0.799c0.072,0.868,0.019,1.647-0.172,2.42C19.182,27.186,19.016,26.682,18.799,26.177z
		 M22.24,29.471c-0.221,0.033-0.479,0.08-0.791,0.145c-0.185-0.163-0.455-0.246-0.811-0.246c-0.166,0-0.337,0.021-0.497,0.047
		c0.021-0.017,0.039-0.032,0.059-0.049c0.212-0.178,0.431-0.359,0.673-0.393c0.214-0.018,0.407,0.061,0.612,0.142
		c0.24,0.096,0.507,0.196,0.808,0.125C22.276,29.319,22.26,29.395,22.24,29.471z M22.346,28.963
		c-0.27,0.115-0.502,0.027-0.768-0.078c-0.224-0.087-0.45-0.178-0.73-0.157c-0.322,0.043-0.568,0.249-0.808,0.449
		c-0.132,0.109-0.255,0.213-0.378,0.278c-0.024-0.205-0.064-0.483-0.127-0.813c0.409-0.257,1.045-0.539,1.272-0.54
		c0.154,0.018,0.282,0.131,0.418,0.252c0.146,0.129,0.295,0.263,0.479,0.285c0.149,0.035,0.346-0.062,0.629-0.217
		c0.032-0.019,0.062-0.034,0.094-0.052C22.407,28.571,22.381,28.768,22.346,28.963z M22.457,28.082
		c-0.07,0.029-0.154,0.073-0.243,0.124c-0.123,0.066-0.378,0.205-0.462,0.189c-0.123-0.016-0.238-0.118-0.359-0.228
		c-0.151-0.136-0.324-0.287-0.569-0.313c-0.287,0-0.896,0.266-1.339,0.53c-0.018-0.077-0.032-0.156-0.053-0.237
		c0.255-0.826,0.359-1.64,0.322-2.535c0.06-0.004,0.125-0.02,0.195-0.062c0.594-0.366,1.139-2.383,1.335-3.488
		c0.382,1.121,0.7,2.219,0.959,3.299C22.453,26.223,22.522,27.165,22.457,28.082z M21.75,22.433c0.059,0.073,0.115,0.146,0.17,0.213
		c0.063,0.08,0.125,0.154,0.17,0.213c0.373,0.538,0.67,1.048,0.994,1.614c0.098,0.156,0.201,0.308,0.309,0.457l-0.012,0.009
		c0.215,0.287,0.179,0.994,0.146,1.618c-0.007,0.139-0.013,0.271-0.018,0.399c-0.093,0.129-0.115,0.275-0.13,0.399
		c-0.013,0.104-0.022,0.194-0.071,0.242l-0.021,0.028c-0.122,0.22-0.27,0.264-0.492,0.331c-0.003,0.001-0.006,0.002-0.009,0.003
		c0.052-0.904-0.023-1.827-0.229-2.68C22.334,24.347,22.063,23.399,21.75,22.433z M23.6,28.749c-0.005-0.007-0.01-0.013-0.016-0.019
		c-0.132-0.137-0.256-0.267-0.409-0.292c-0.216-0.048-0.346,0.035-0.442,0.141c0.016-0.115,0.025-0.232,0.035-0.35
		c0.033-0.012,0.068-0.021,0.102-0.032c0.235-0.07,0.46-0.138,0.63-0.435c0.01-0.011,0.016-0.024,0.023-0.036
		C23.524,28.061,23.539,28.416,23.6,28.749z M23.492,29.572c-0.132-0.074-0.28-0.16-0.617-0.16c-0.084,0-0.183,0.007-0.293,0.018
		c0.027-0.124,0.055-0.248,0.077-0.374c0.07-0.065,0.127-0.138,0.174-0.202c0.109-0.15,0.154-0.2,0.294-0.17
		c0.078,0.014,0.18,0.118,0.276,0.221c0.091,0.096,0.191,0.195,0.31,0.271c0.022,0.073,0.046,0.143,0.063,0.215
		c0.025,0.079,0.039,0.153,0.05,0.219c0.006,0.034,0.012,0.066,0.02,0.098C23.668,29.67,23.58,29.623,23.492,29.572z M23.92,29.001
		c-0.025-0.085-0.051-0.171-0.068-0.259c-0.08-0.402-0.08-0.858-0.082-1.277c-0.014-0.115-0.016-0.262-0.013-0.421
		c0.132-0.168,0.275-0.281,0.413-0.392c0.131-0.104,0.257-0.205,0.365-0.342c0.082,0.09,0.164,0.178,0.245,0.265
		c-0.127,0.419,0.159,0.665,0.396,0.868c0.226,0.193,0.437,0.376,0.421,0.691c-0.01,0.138-0.146,0.311-0.371,0.473
		c-0.397,0.288-0.985,0.479-1.26,0.412C23.951,29.016,23.936,29.007,23.92,29.001z M24.391,29.643c-0.123,0-0.24,0.019-0.354,0.045
		l-0.048-0.065c0.007-0.005,0.029-0.011,0.059,0c0.028,0.011,0.042,0.029,0.046,0.036c-0.006-0.013-0.014-0.057-0.02-0.093
		c-0.013-0.071-0.026-0.159-0.058-0.247c-0.003-0.014-0.009-0.029-0.013-0.045c0.394,0.041,0.995-0.193,1.37-0.464
		c0.204-0.146,0.453-0.381,0.474-0.659c0.022-0.439-0.271-0.692-0.507-0.896c-0.195-0.167-0.322-0.29-0.338-0.449
		c0.096,0.099,0.188,0.196,0.281,0.292c0.235,0.243,0.462,0.477,0.672,0.704c-0.128,0.742-0.187,1.685,0.102,2.48
		C25.629,30.005,25.027,29.643,24.391,29.643z M26.27,26.543c-0.031,0.093-0.151,0.458-0.258,0.956
		c-0.176-0.188-0.357-0.377-0.549-0.574c-0.127-0.131-0.258-0.267-0.389-0.402c0.004-0.007,0.005-0.012,0.008-0.018
		c0.102-0.173,0.248-0.305,0.403-0.442c0.117-0.104,0.242-0.218,0.349-0.354c0.174,0.157,0.342,0.319,0.502,0.485L26.27,26.543z
		 M26.393,25.9c-0.137-0.138-0.276-0.271-0.422-0.405c0.062-0.117,0.105-0.253,0.125-0.413c0.018-0.221-0.022-0.401-0.059-0.563
		c-0.056-0.255-0.101-0.456,0.084-0.755c0.036-0.063,0.073-0.117,0.11-0.168c0.168,0.211,0.328,0.426,0.476,0.65l0.002-0.001
		L26.393,25.9z M26.807,23.738l-0.013,0.065c-0.11-0.156-0.228-0.312-0.348-0.46c0.005-0.003,0.007-0.007,0.011-0.01
		c0.149-0.16,0.293-0.316,0.357-0.565c-0.002,0.15,0.001,0.297,0.004,0.432C26.824,23.416,26.83,23.617,26.807,23.738z
		 M26.845,22.316c-0.001-0.014-0.001-0.024-0.002-0.04c-0.017-0.156-0.06-0.287-0.101-0.414c-0.062-0.186-0.111-0.345-0.065-0.556
		c0.017-0.143,0.077-0.278,0.147-0.417c0.11,0.156,0.229,0.311,0.355,0.461C26.979,21.643,26.885,21.98,26.845,22.316z
		 M27.387,21.089c-0.145-0.174-0.275-0.354-0.4-0.534c0.044-0.102,0.082-0.208,0.105-0.331c0.025-0.279-0.035-0.464-0.088-0.627
		c-0.041-0.126-0.077-0.234-0.077-0.381c0-0.188,0.106-0.378,0.21-0.563c0.039-0.067,0.076-0.138,0.111-0.207
		c0.198,0.292,0.418,0.568,0.688,0.784C27.897,20.002,27.803,20.601,27.387,21.089z M27.965,18.544l-0.006,0.161
		c-0.002,0.071-0.005,0.14-0.008,0.21c-0.228-0.216-0.415-0.48-0.603-0.765c0.092-0.415-0.01-0.76-0.111-1.094
		c-0.093-0.308-0.18-0.598-0.106-0.928l0.004-0.027c0-0.034,0.025-0.069,0.068-0.125c0.059-0.076,0.139-0.18,0.139-0.332
		c0-0.115-0.053-0.208-0.1-0.29c-0.035-0.063-0.066-0.116-0.067-0.151c0.007-0.055,0.011-0.111,0.015-0.165
		c0.009-0.126,0.017-0.244,0.068-0.286c0.002-0.002,0.006-0.003,0.008-0.004l0.002,0.009C27.274,14.784,28.004,17.432,27.965,18.544
		z M29.555,13.914L27.639,14.4l0.047-0.04c-0.024-0.029-0.054-0.054-0.08-0.081c-0.067-0.117-0.139-0.206-0.196-0.276
		c-0.127-0.154-0.181-0.219-0.109-0.459c0.017-0.13,0.082-0.224,0.157-0.332c0.091-0.129,0.191-0.275,0.218-0.514
		c0-0.113-0.059-0.205-0.107-0.279c-0.021-0.035-0.04-0.063-0.051-0.088c0.191,0.006,0.383,0.015,0.574,0.03
		c0.168,0,0.349-0.025,0.54-0.052c0.019-0.002,0.036-0.005,0.055-0.007c-0.019,0.063-0.027,0.13-0.013,0.198
		c0.015,0.166,0.055,0.313,0.092,0.456c0.074,0.27,0.137,0.503,0.037,0.825l0.238,0.073c0.12-0.392,0.041-0.682-0.034-0.964
		c-0.037-0.138-0.072-0.27-0.087-0.426c-0.012-0.056,0.01-0.113,0.043-0.195c0.223-0.021,0.436-0.023,0.613,0.041
		c0.041,0.014,0.076,0.024,0.11,0.035c0.043,0.014,0.097,0.029,0.125,0.042c0.008,0.021,0.018,0.04,0.027,0.06
		c0.022,0.046,0.049,0.091,0.082,0.135C29.665,12.978,29.582,13.596,29.555,13.914z M29.84,10.854
		c0.09,0.075,0.076,0.198-0.011,0.53c-0.051,0.188-0.104,0.409-0.099,0.637c-0.017-0.005-0.034-0.011-0.05-0.016
		c-0.197-0.071-0.416-0.081-0.635-0.068c0-0.032,0-0.065-0.006-0.101c-0.023-0.09-0.084-0.191-0.147-0.299
		c-0.06-0.099-0.14-0.233-0.14-0.294c0-0.103,0.051-0.18,0.117-0.277c0.076-0.116,0.174-0.261,0.174-0.47
		c0-0.146-0.099-0.243-0.184-0.327c-0.093-0.093-0.149-0.155-0.15-0.233c0.016-0.093,0.086-0.182,0.16-0.275
		c0.058-0.071,0.117-0.15,0.162-0.246c0.068-0.03,0.133-0.066,0.19-0.104C29.317,10.095,29.594,10.649,29.84,10.854z M29.675,6.458
		c-0.039-0.01-0.077-0.021-0.118-0.026c0.049-0.076,0.09-0.151,0.109-0.231c0.041-0.247,0.008-0.431-0.022-0.594
		c-0.003-0.013-0.005-0.024-0.007-0.037c0.025,0,0.051,0.001,0.075,0.001c0.136,0.002,0.269,0.004,0.394,0
		C29.932,5.877,29.791,6.172,29.675,6.458z M31.222,3.982c-0.364,0.428-0.665,0.843-0.915,1.242
		c-0.168,0.027-0.399,0.024-0.589,0.021c-0.034,0-0.069-0.001-0.103-0.001c0.006-0.07,0.018-0.145,0.046-0.23
		c0.025-0.078,0.062-0.139,0.101-0.203c0.072-0.12,0.154-0.256,0.154-0.501c0-0.07-0.027-0.143-0.063-0.218
		c0.171-0.045,0.342-0.087,0.515-0.122C30.681,3.9,31,3.863,31.315,3.854C31.287,3.901,31.256,3.946,31.222,3.982z M31.446,3.525
		c-0.382,0-0.769,0.043-1.147,0.128c-0.183,0.037-0.365,0.082-0.547,0.131c0.005-0.201,0.059-0.365,0.115-0.537
		c0.016-0.045,0.028-0.09,0.045-0.136c0.541-0.053,1.062-0.081,1.585-0.087C31.505,3.202,31.485,3.374,31.446,3.525z"/>
</g>
</svg>